Bréfritari: Þórarinn Stefánsson
Dagsetning: A-1934-03-07
Skrifað á: Vesturheimi

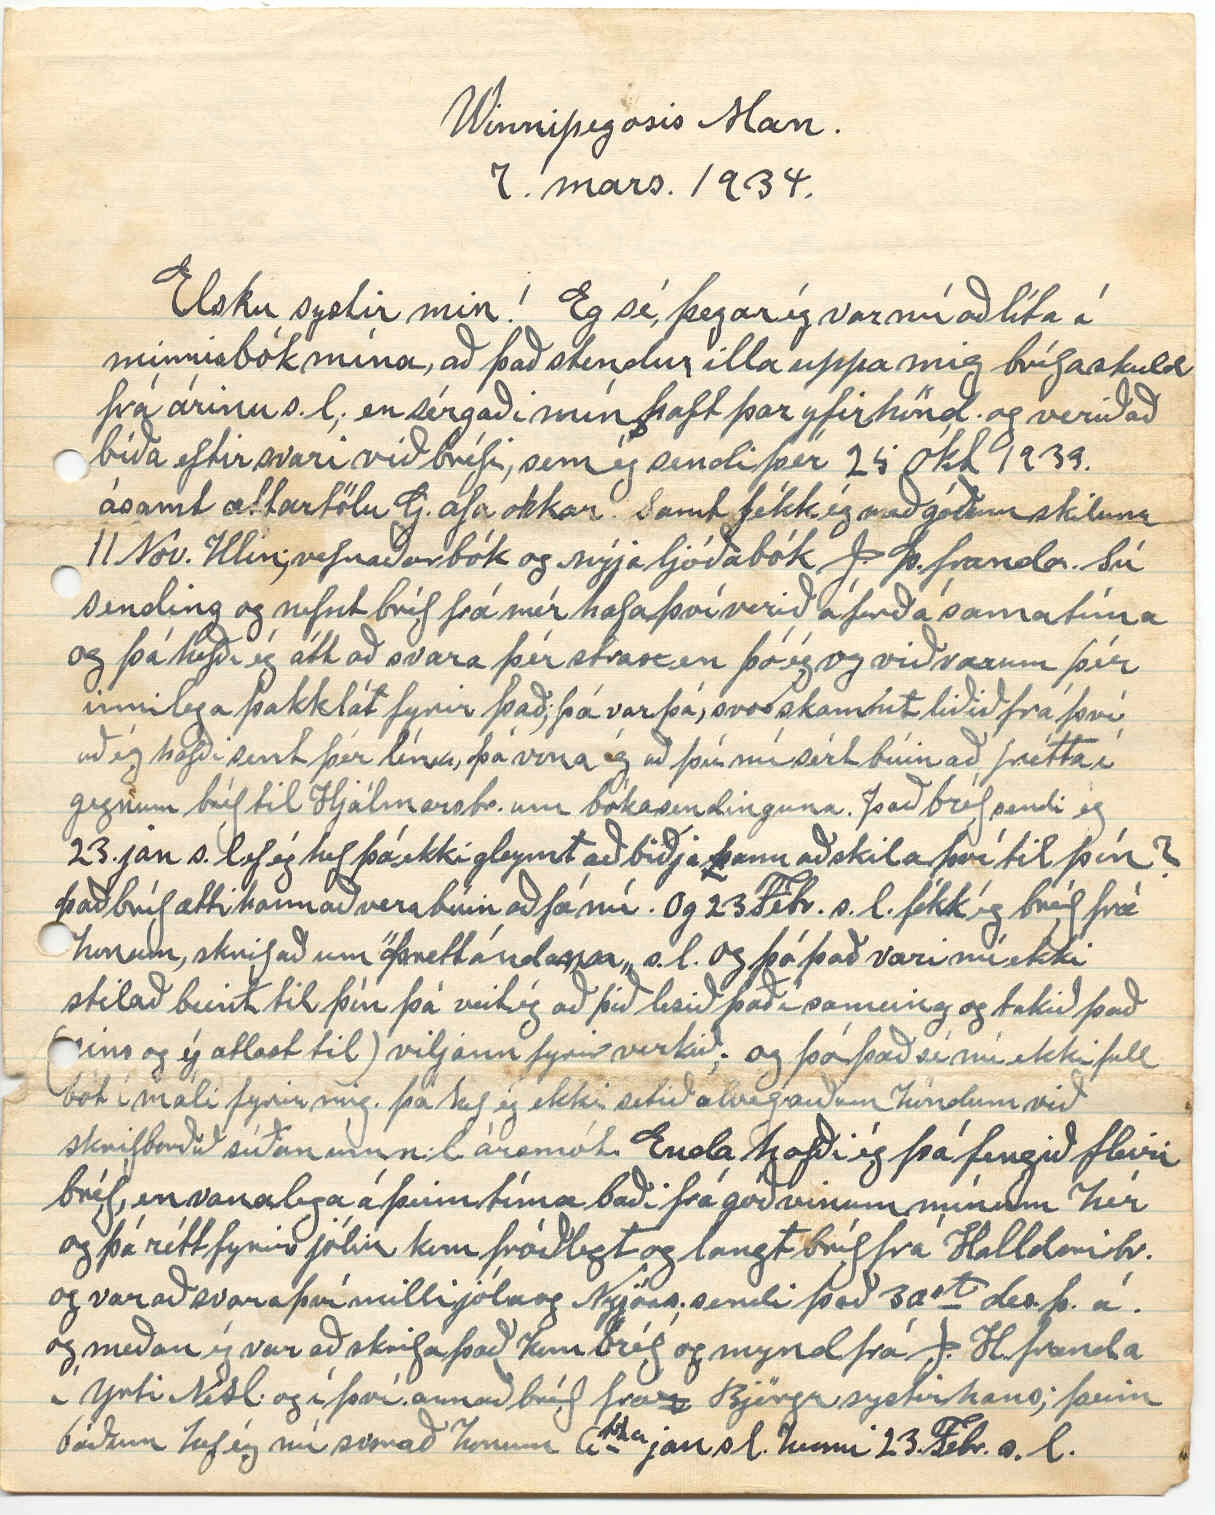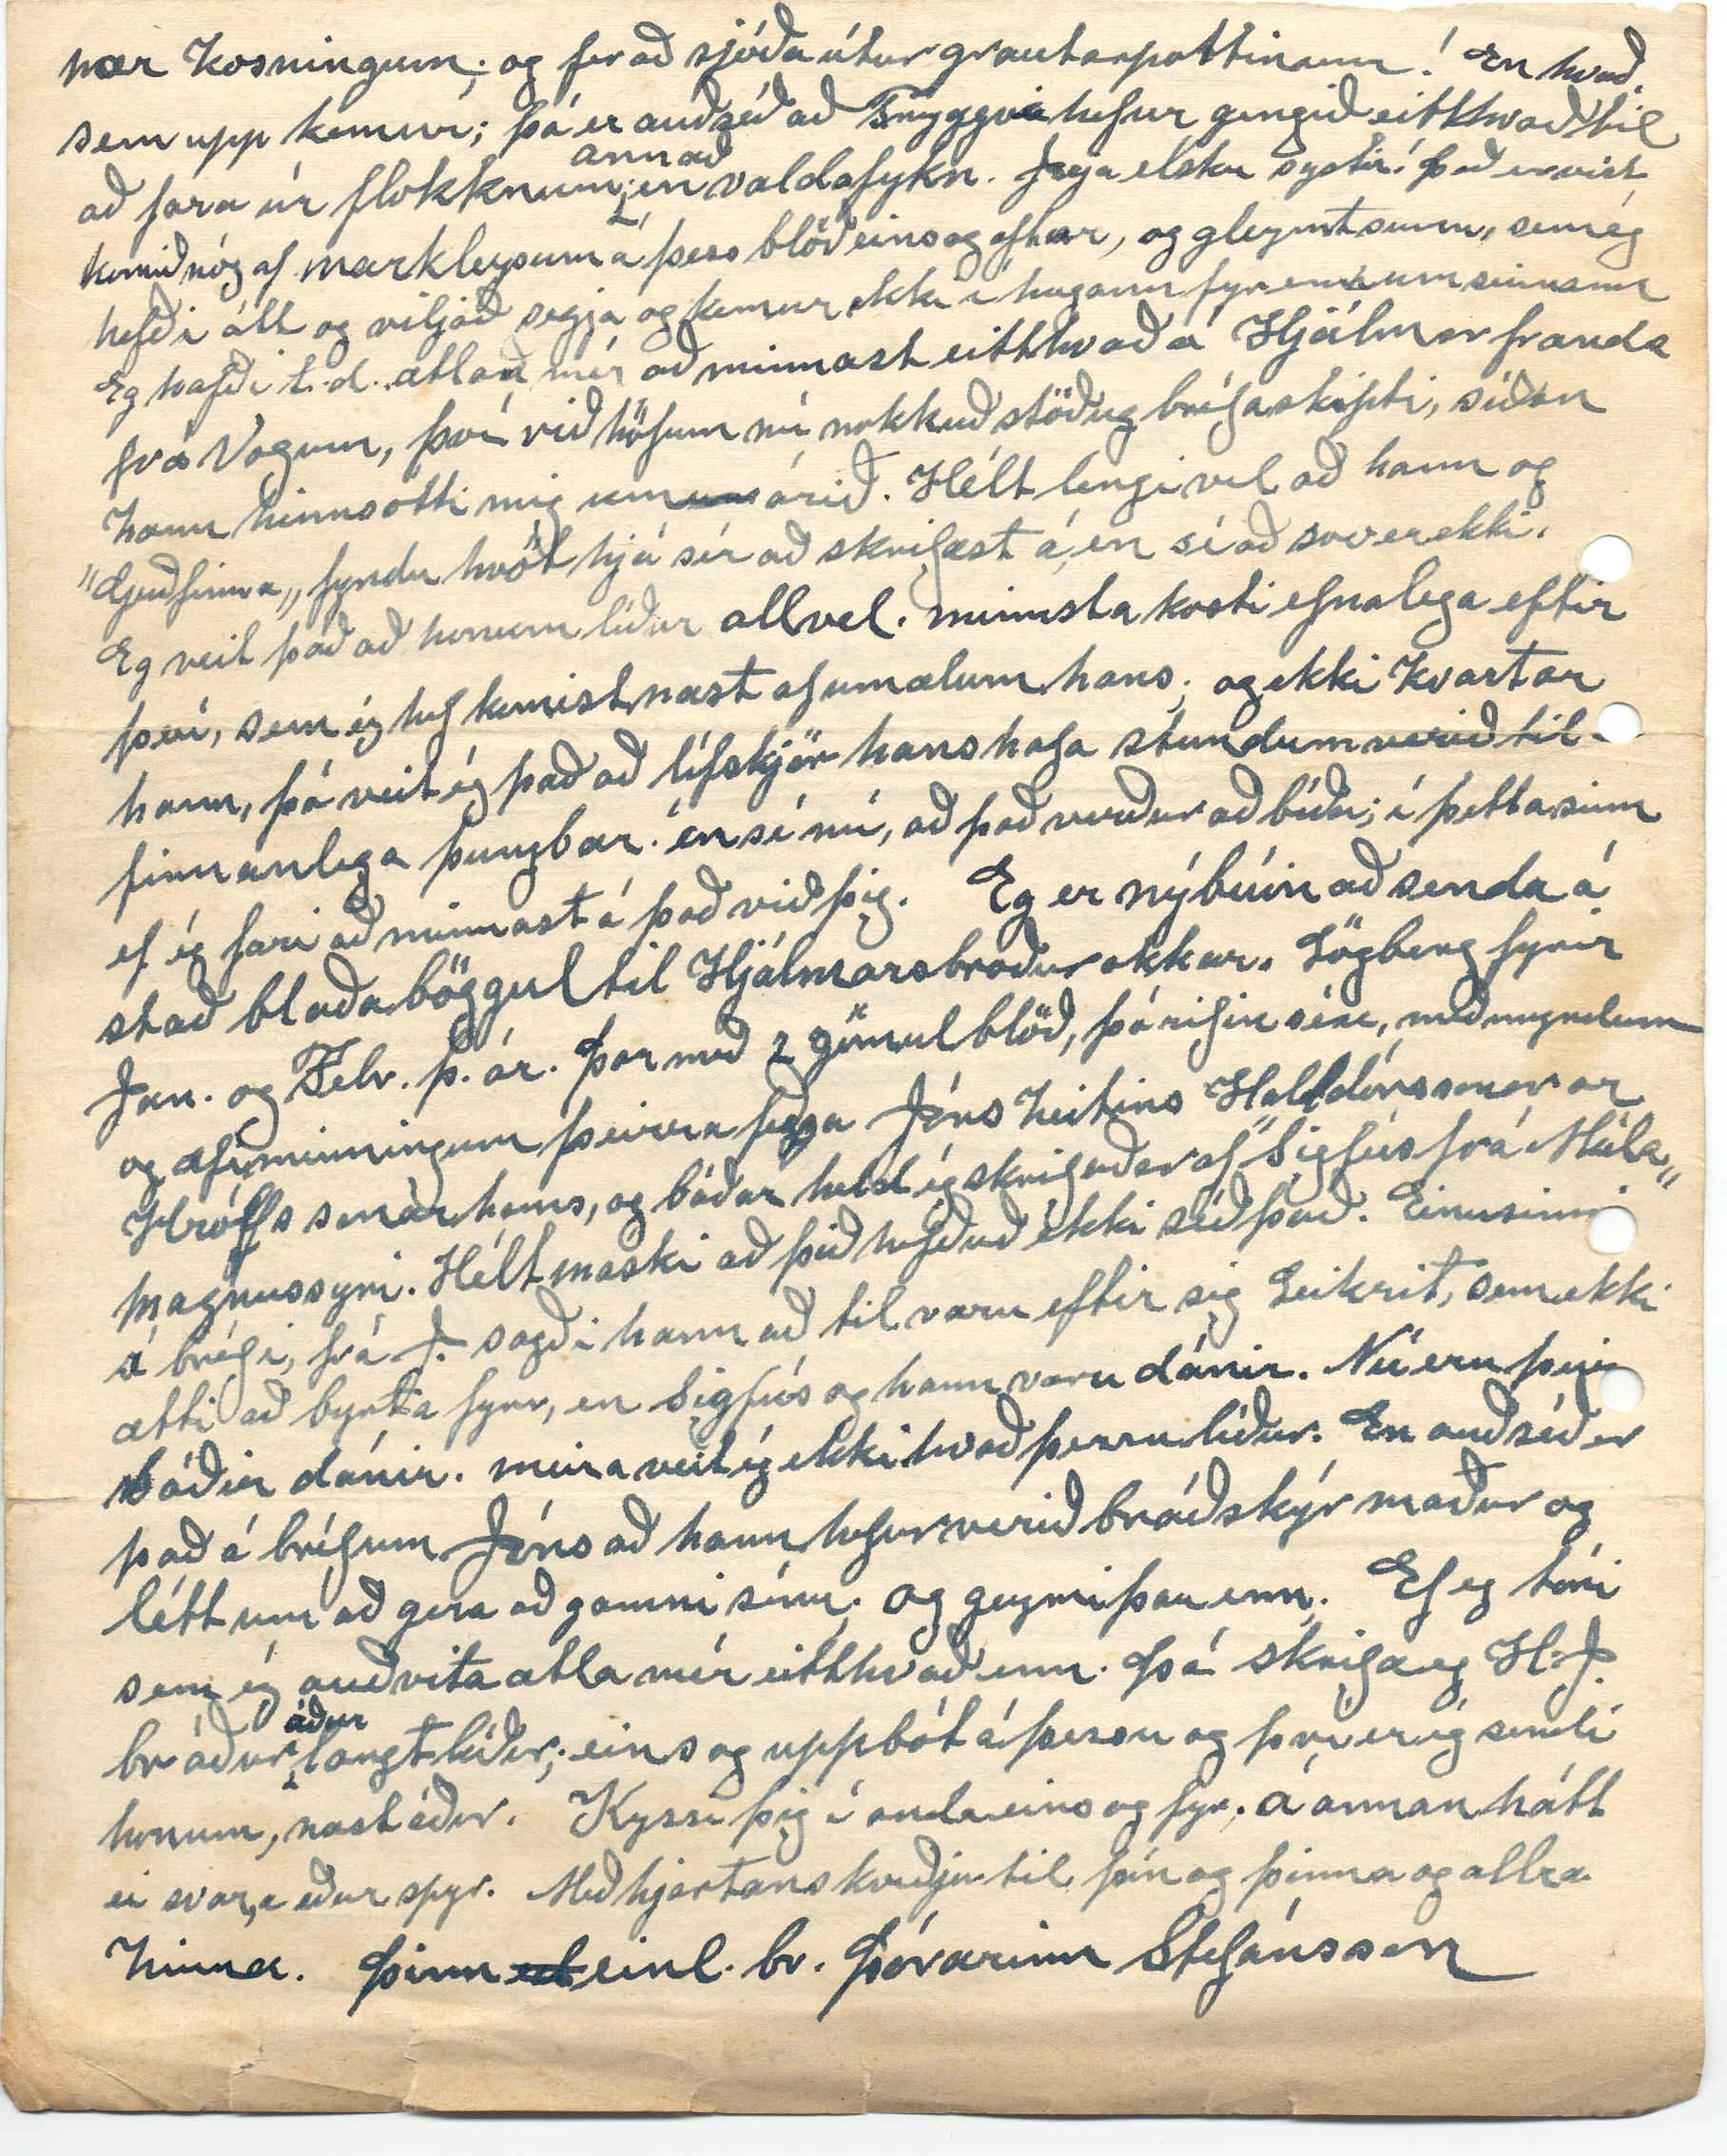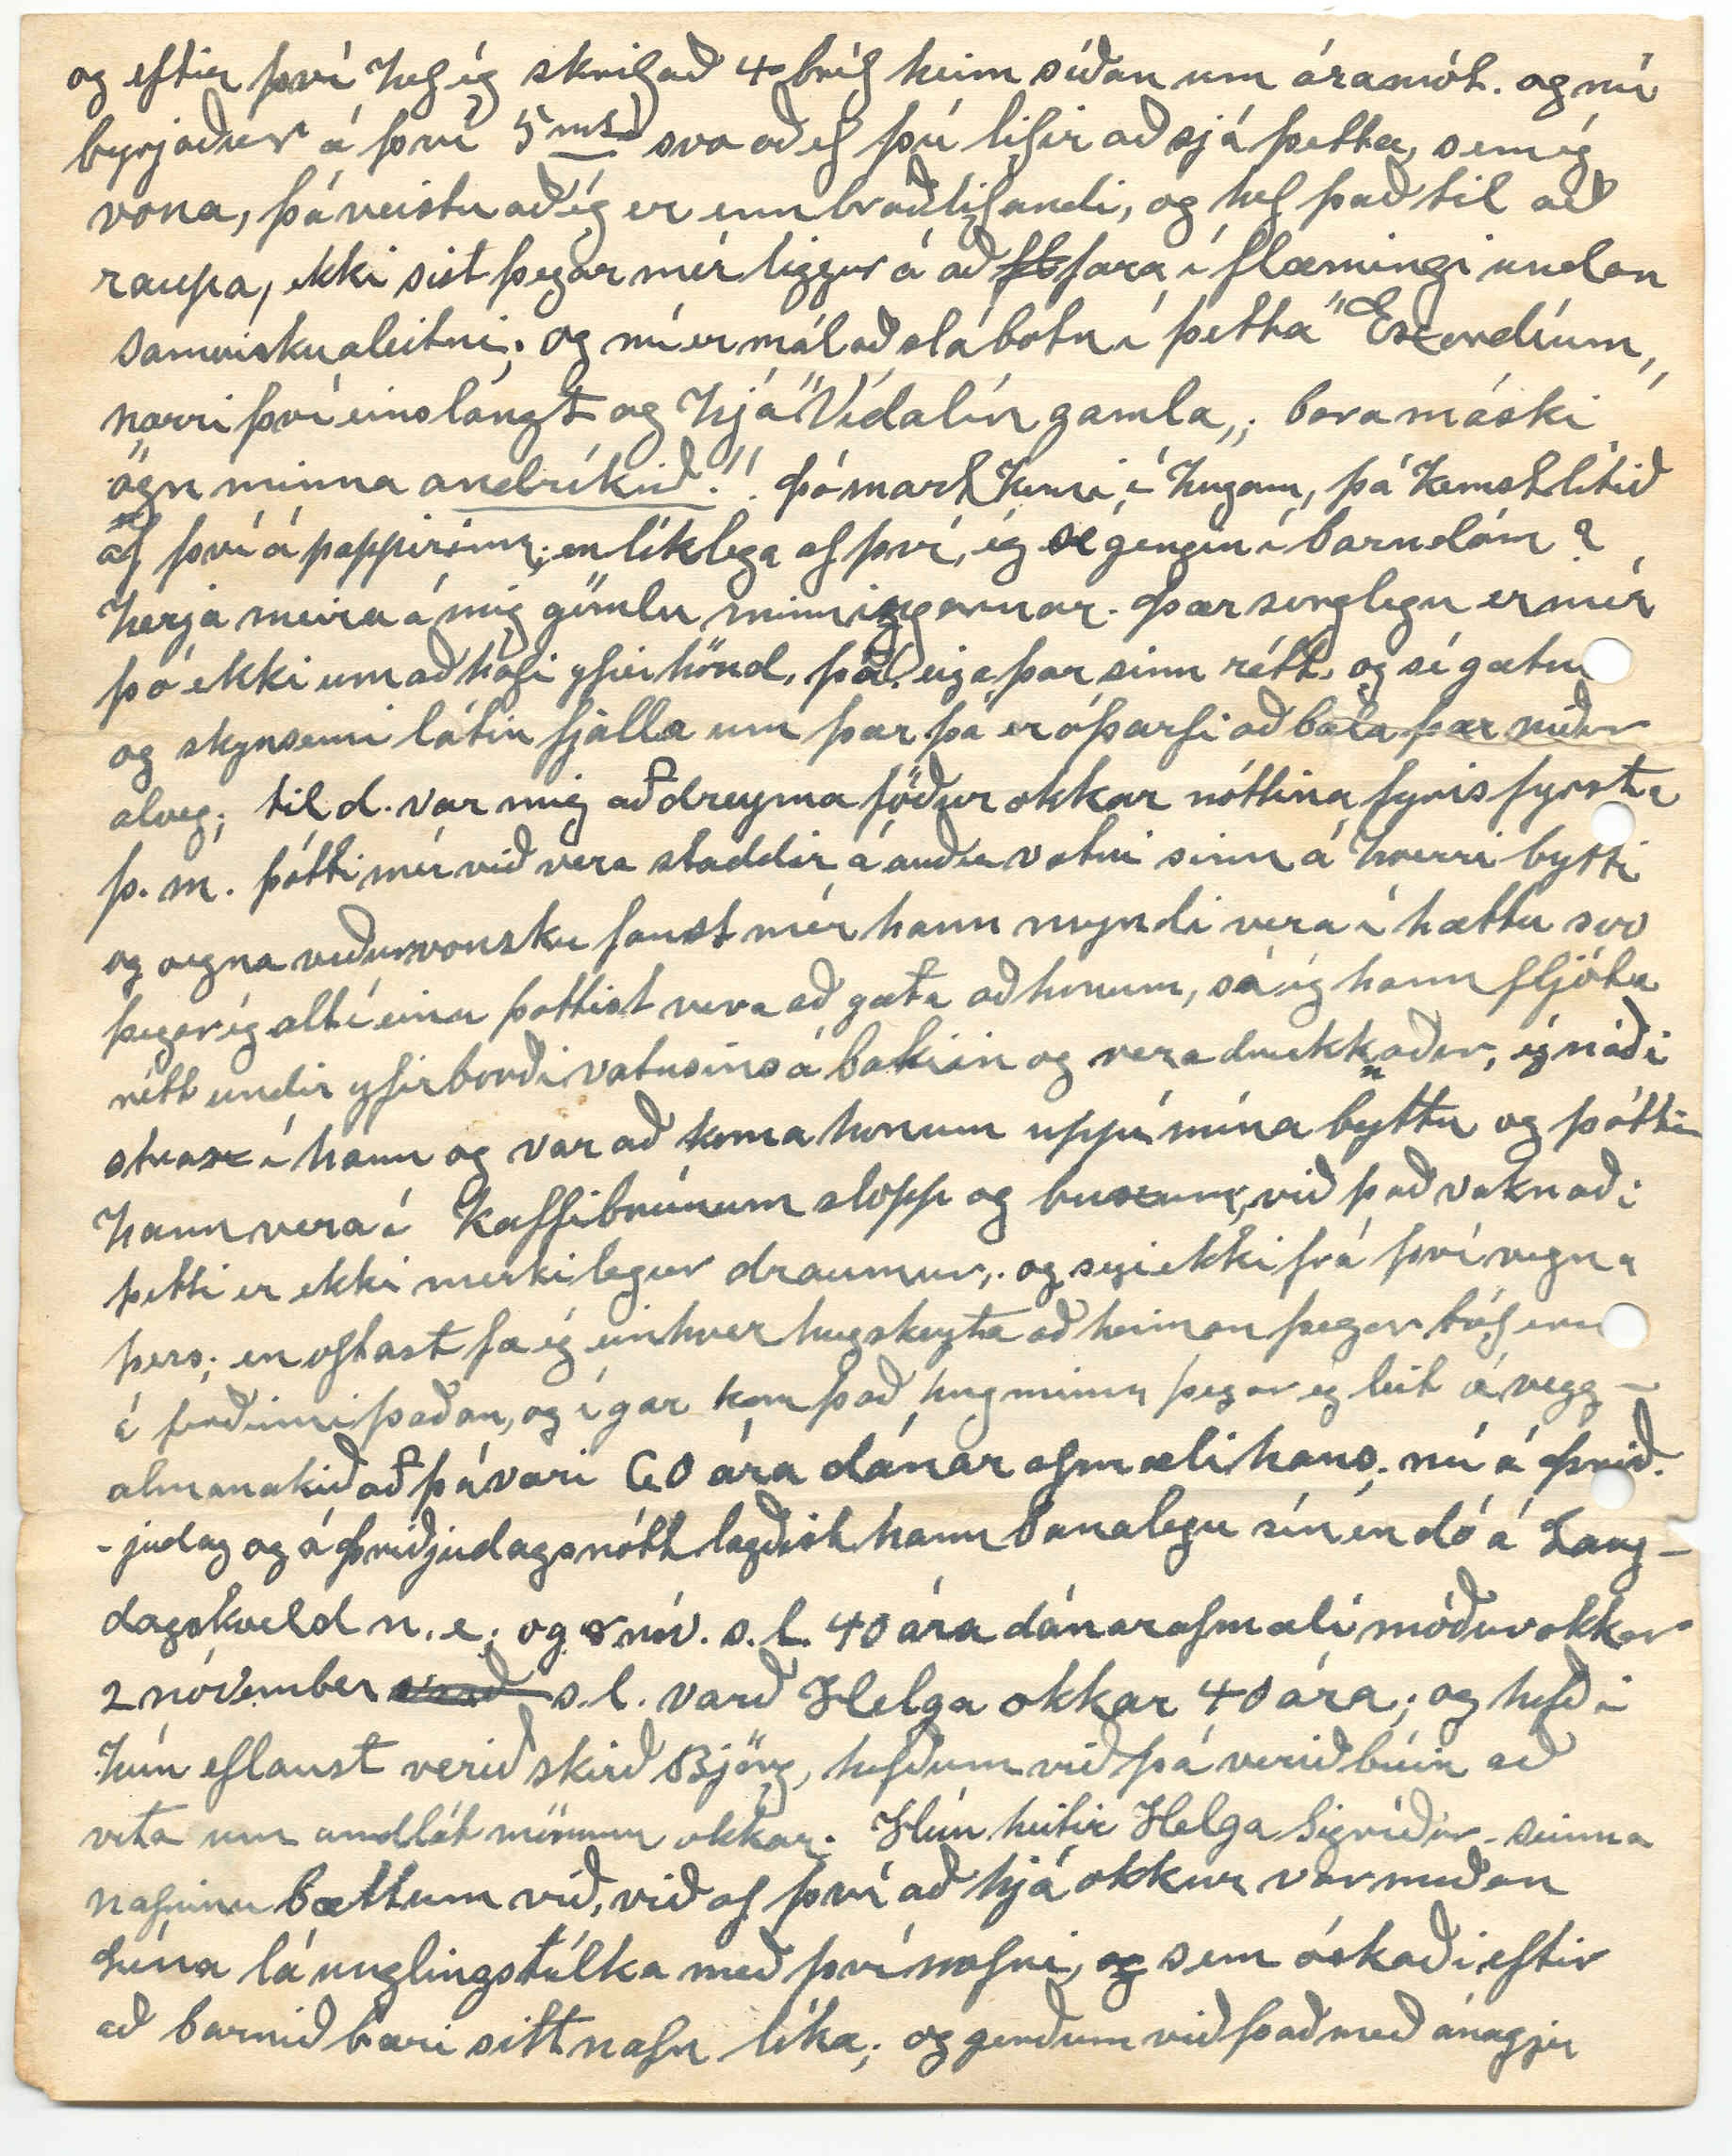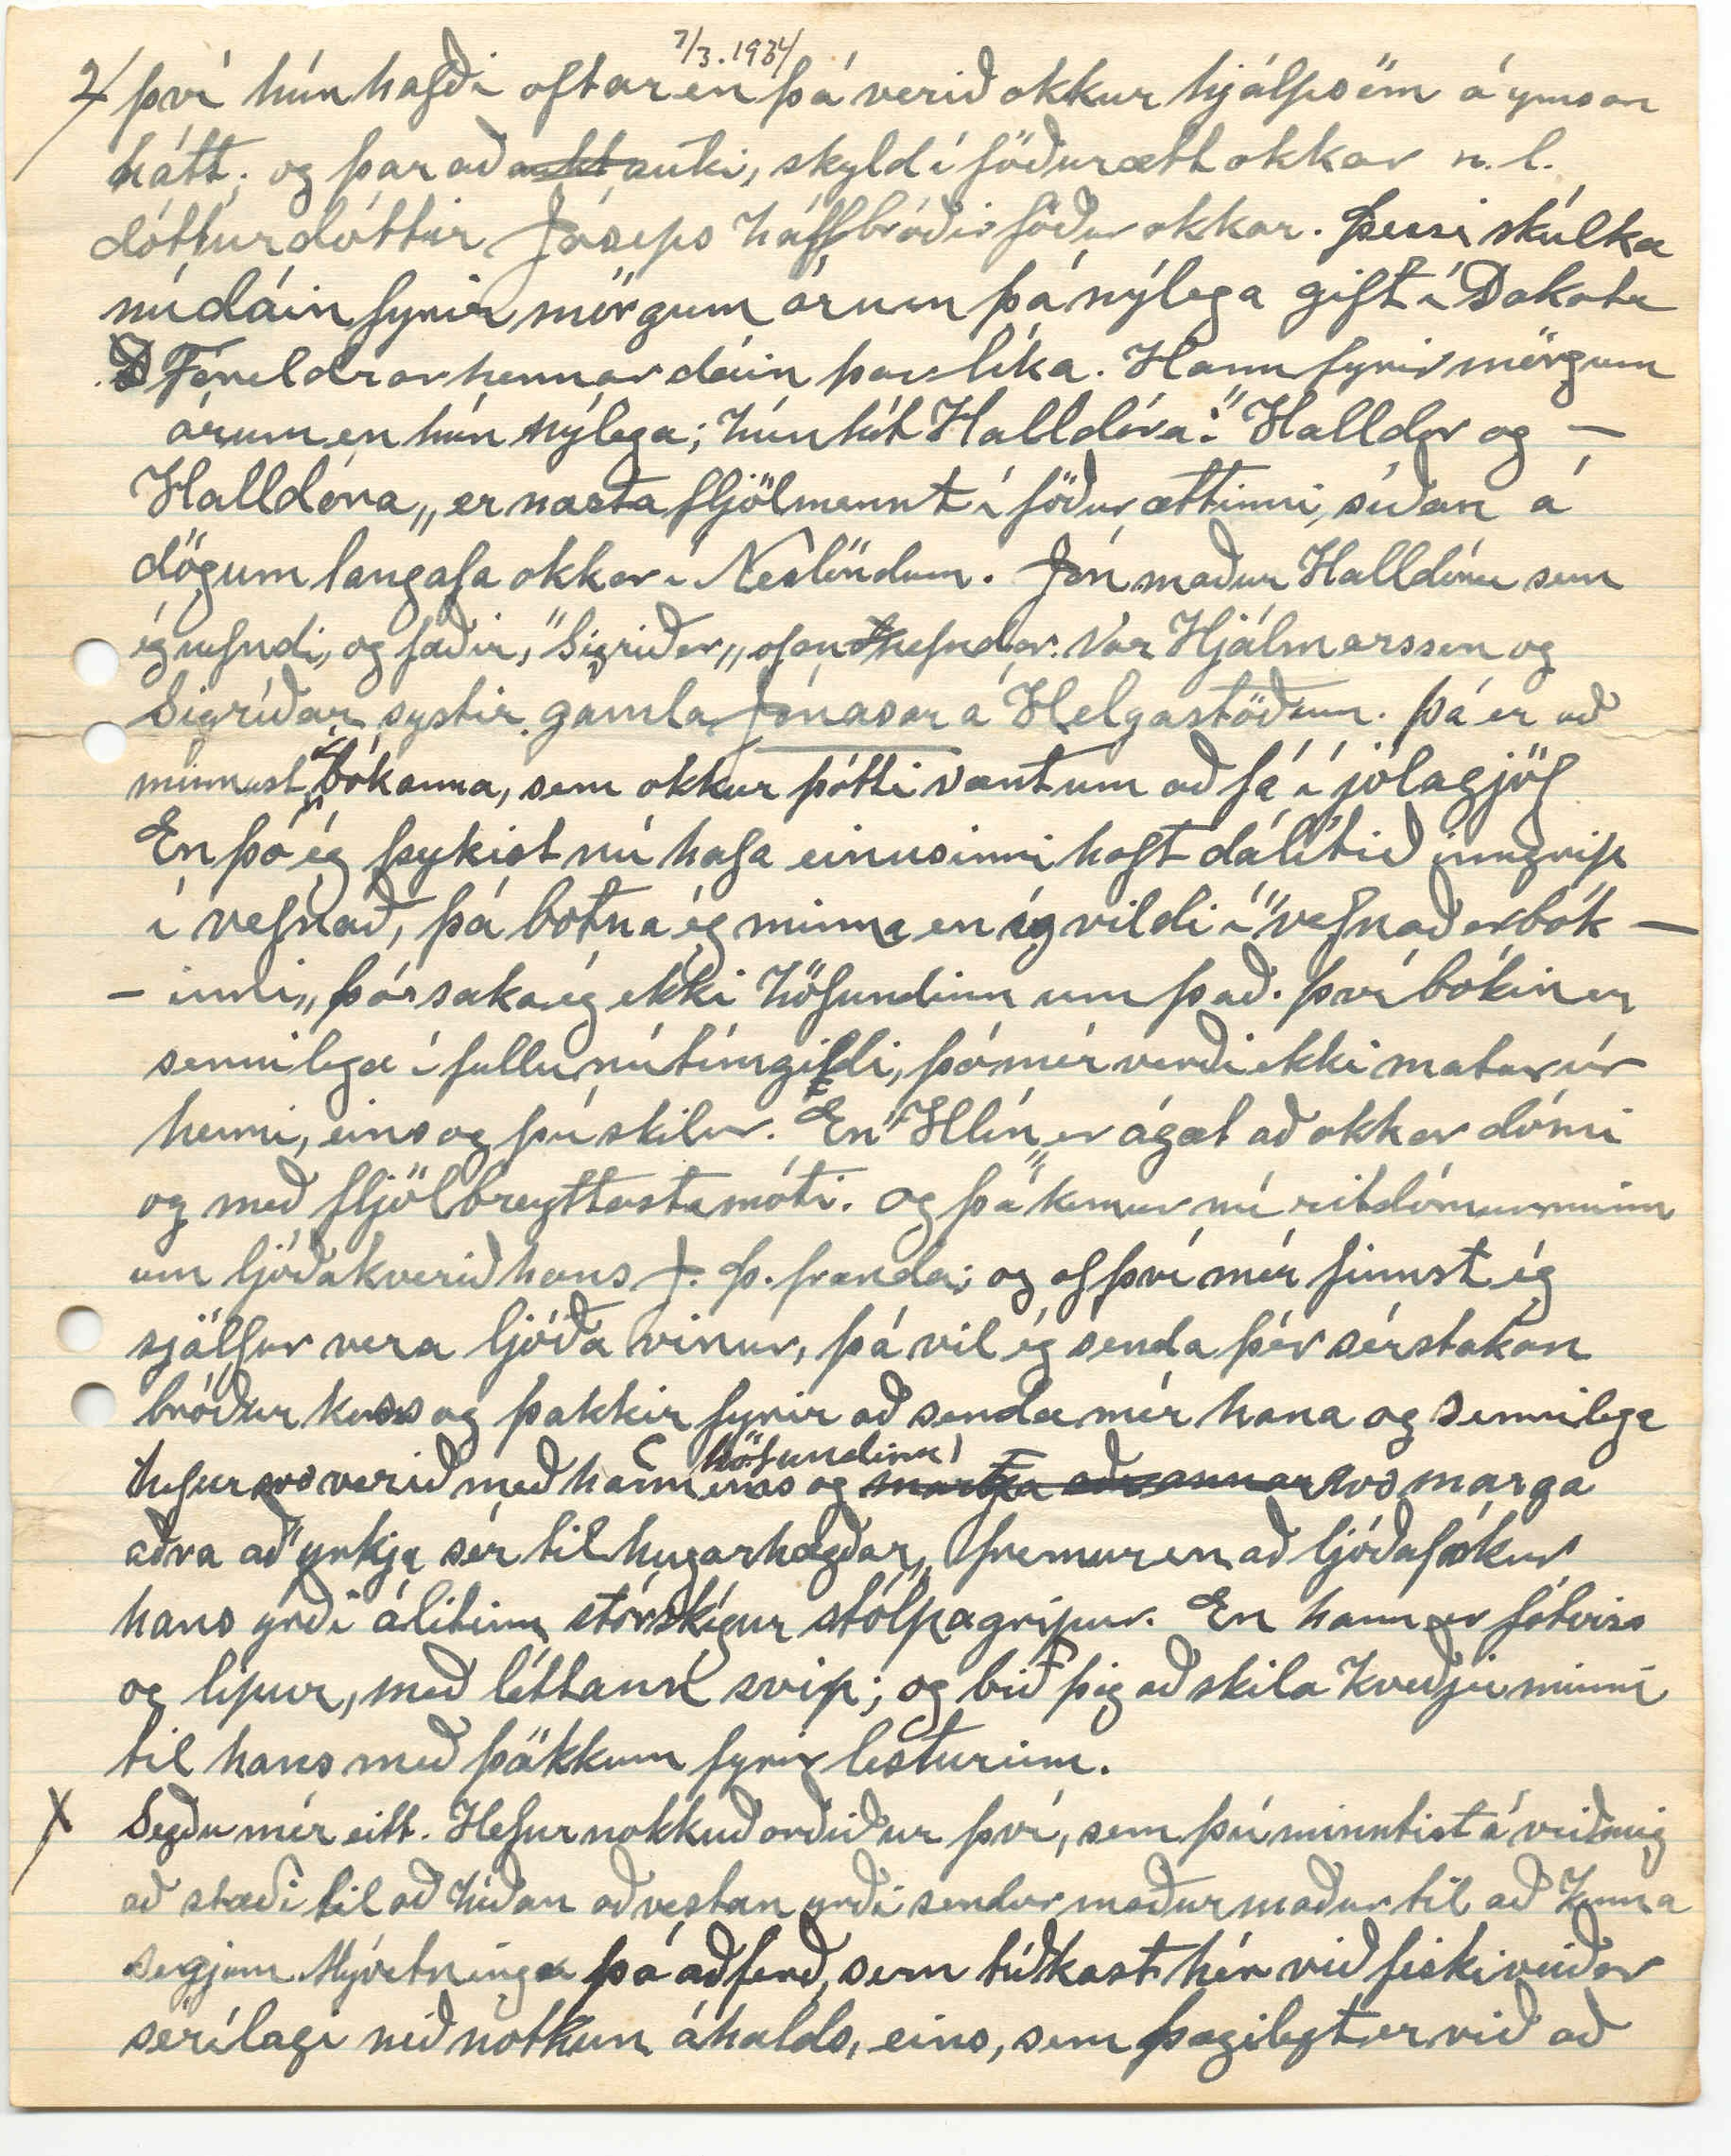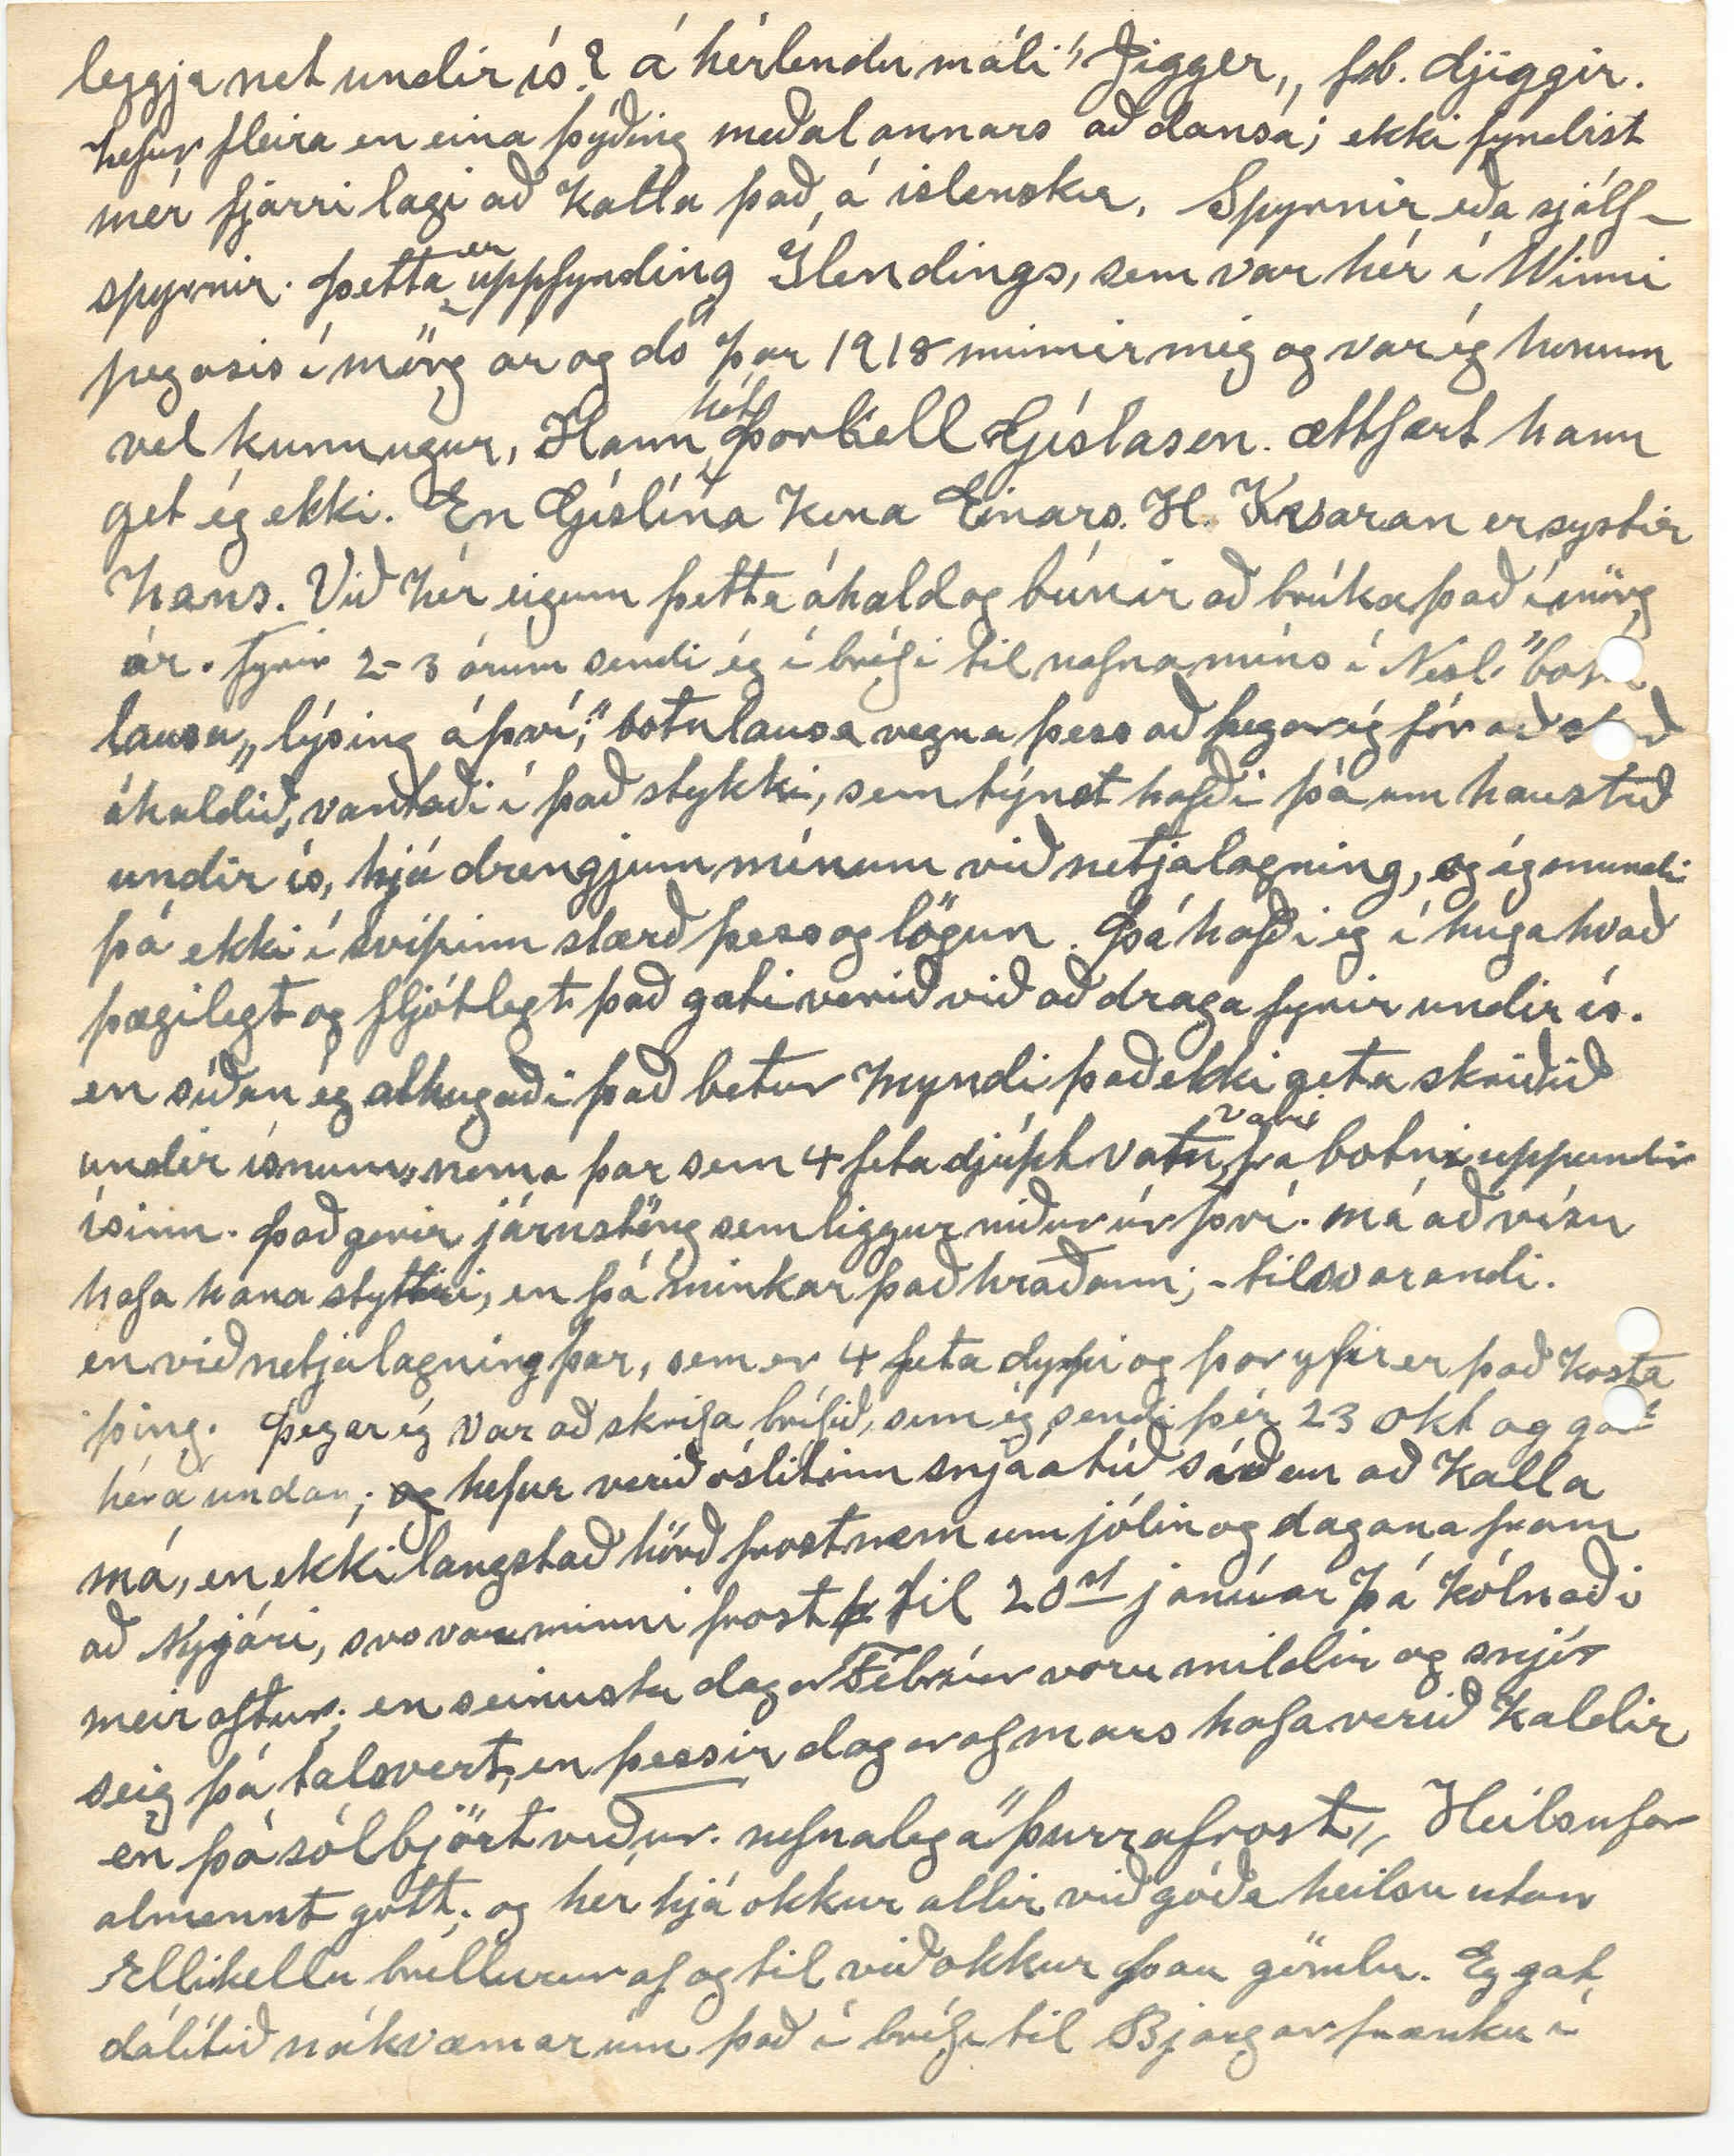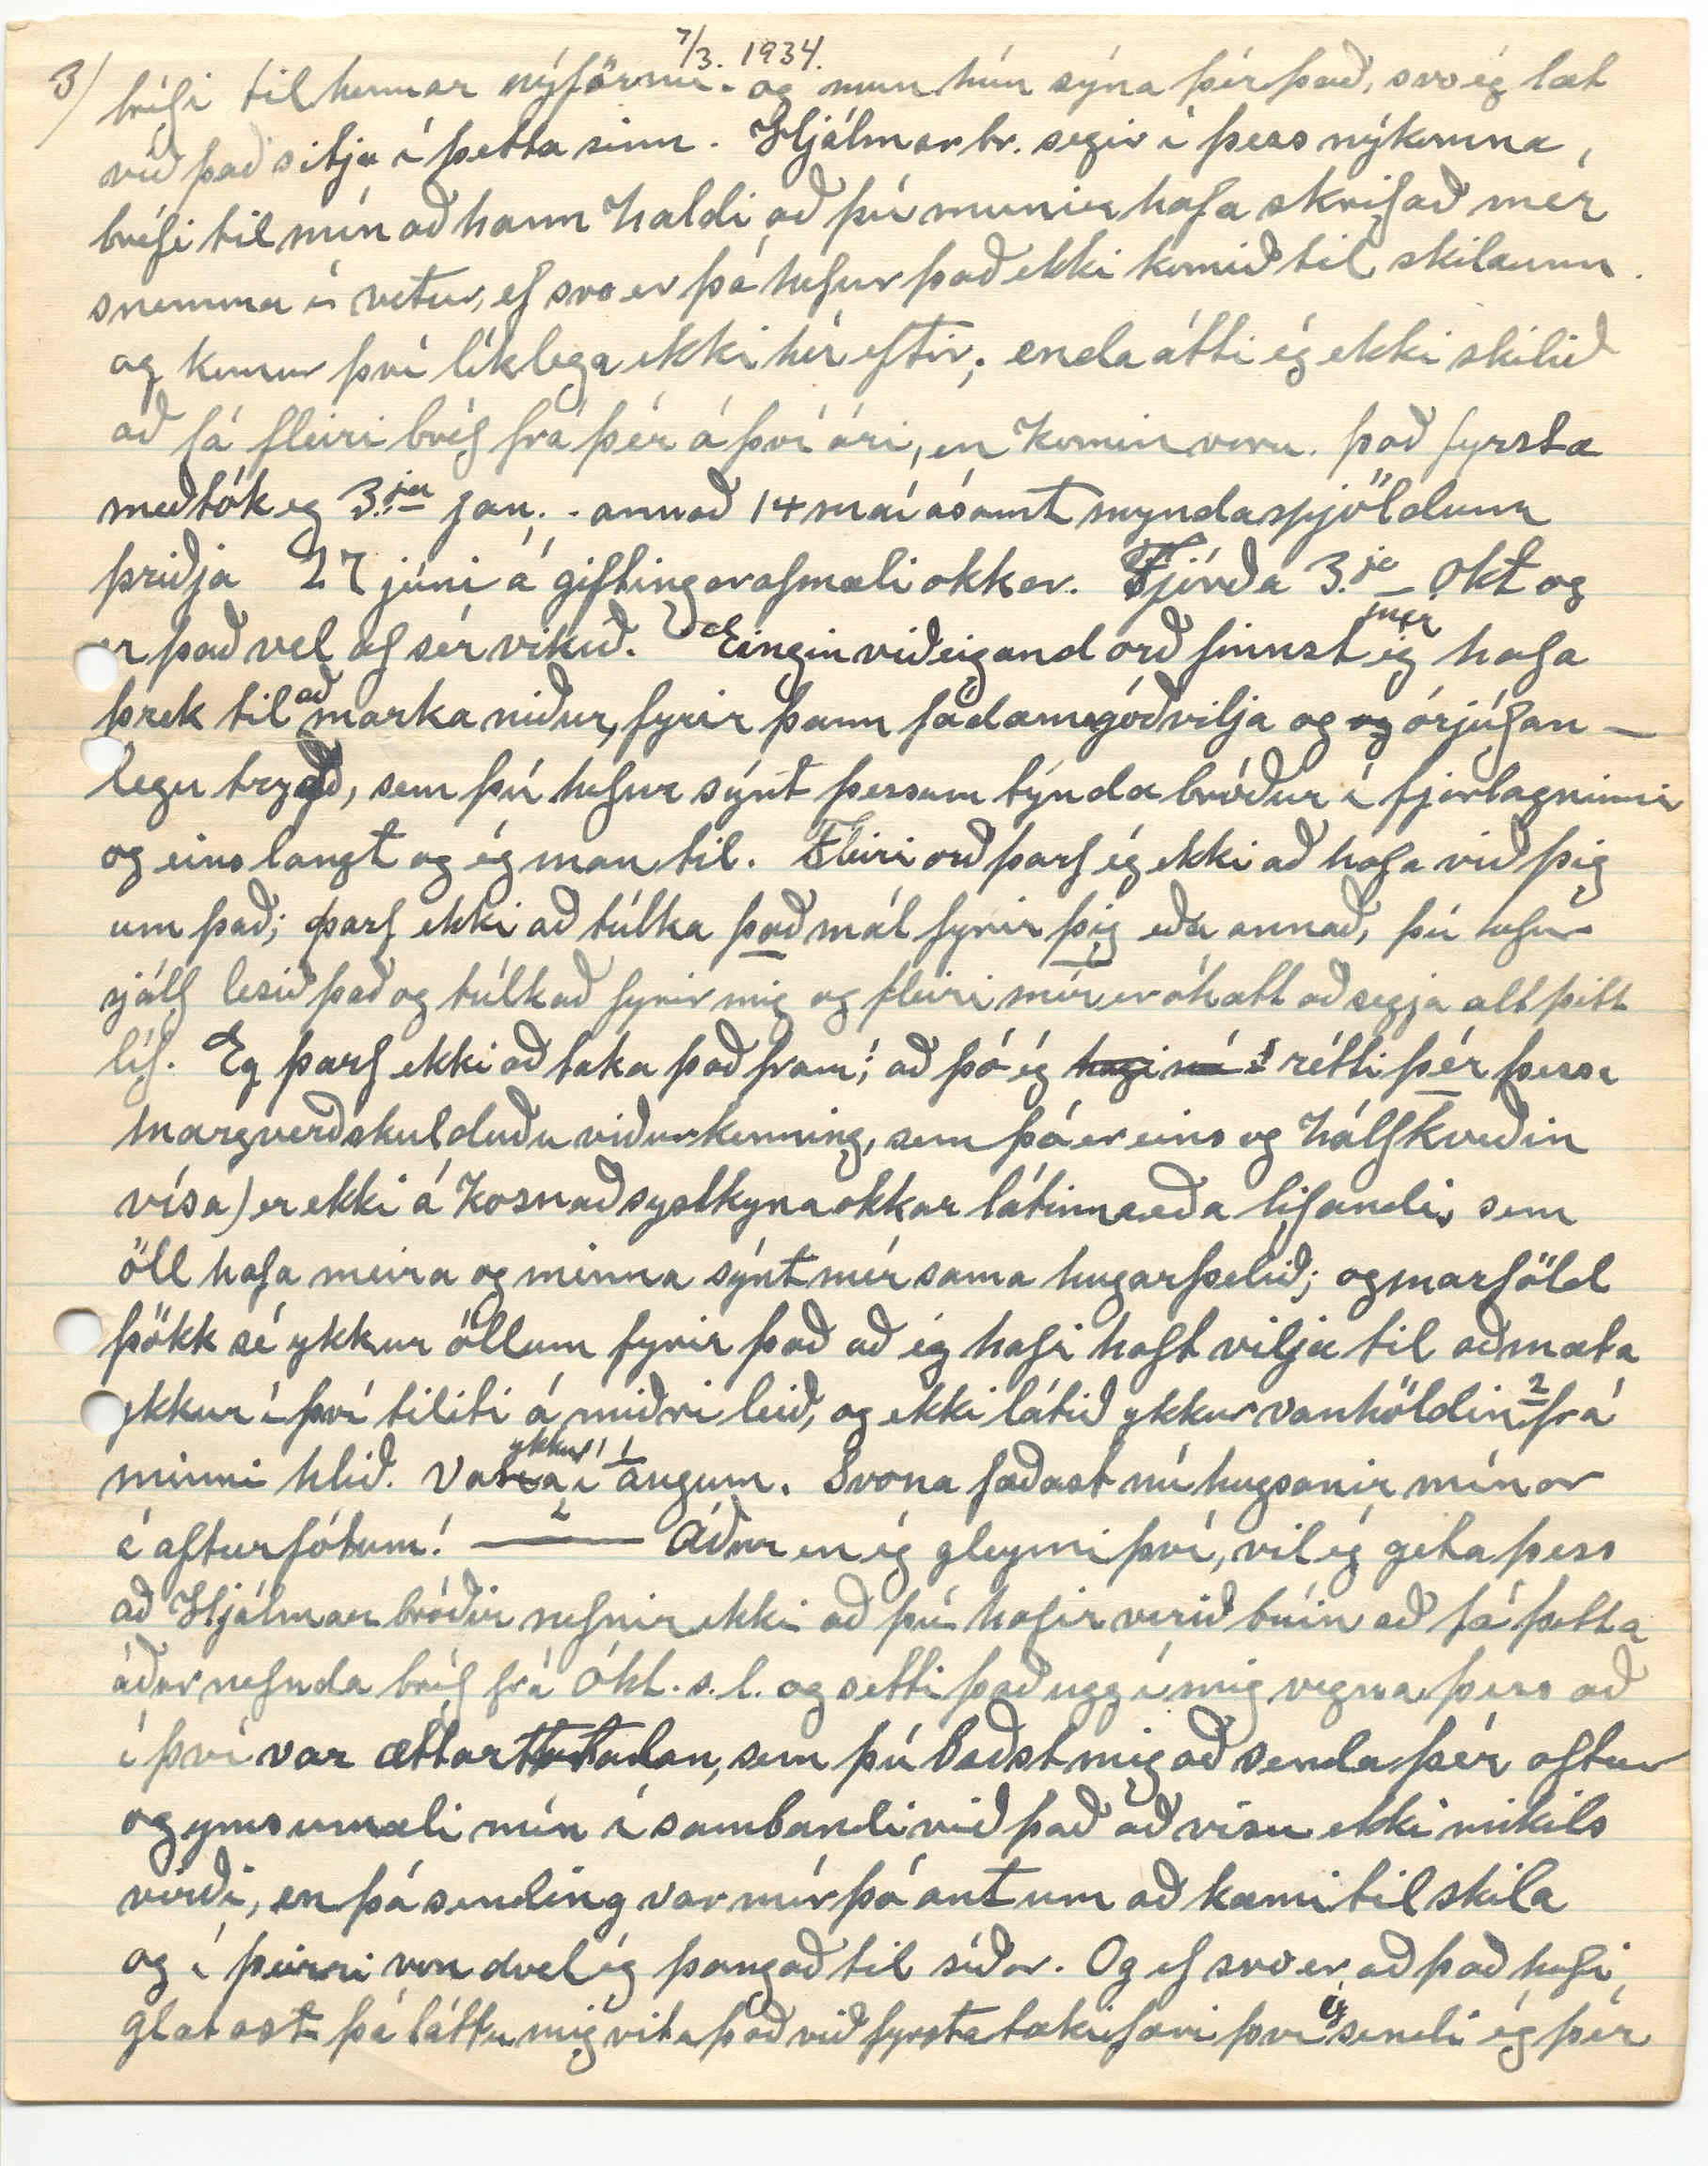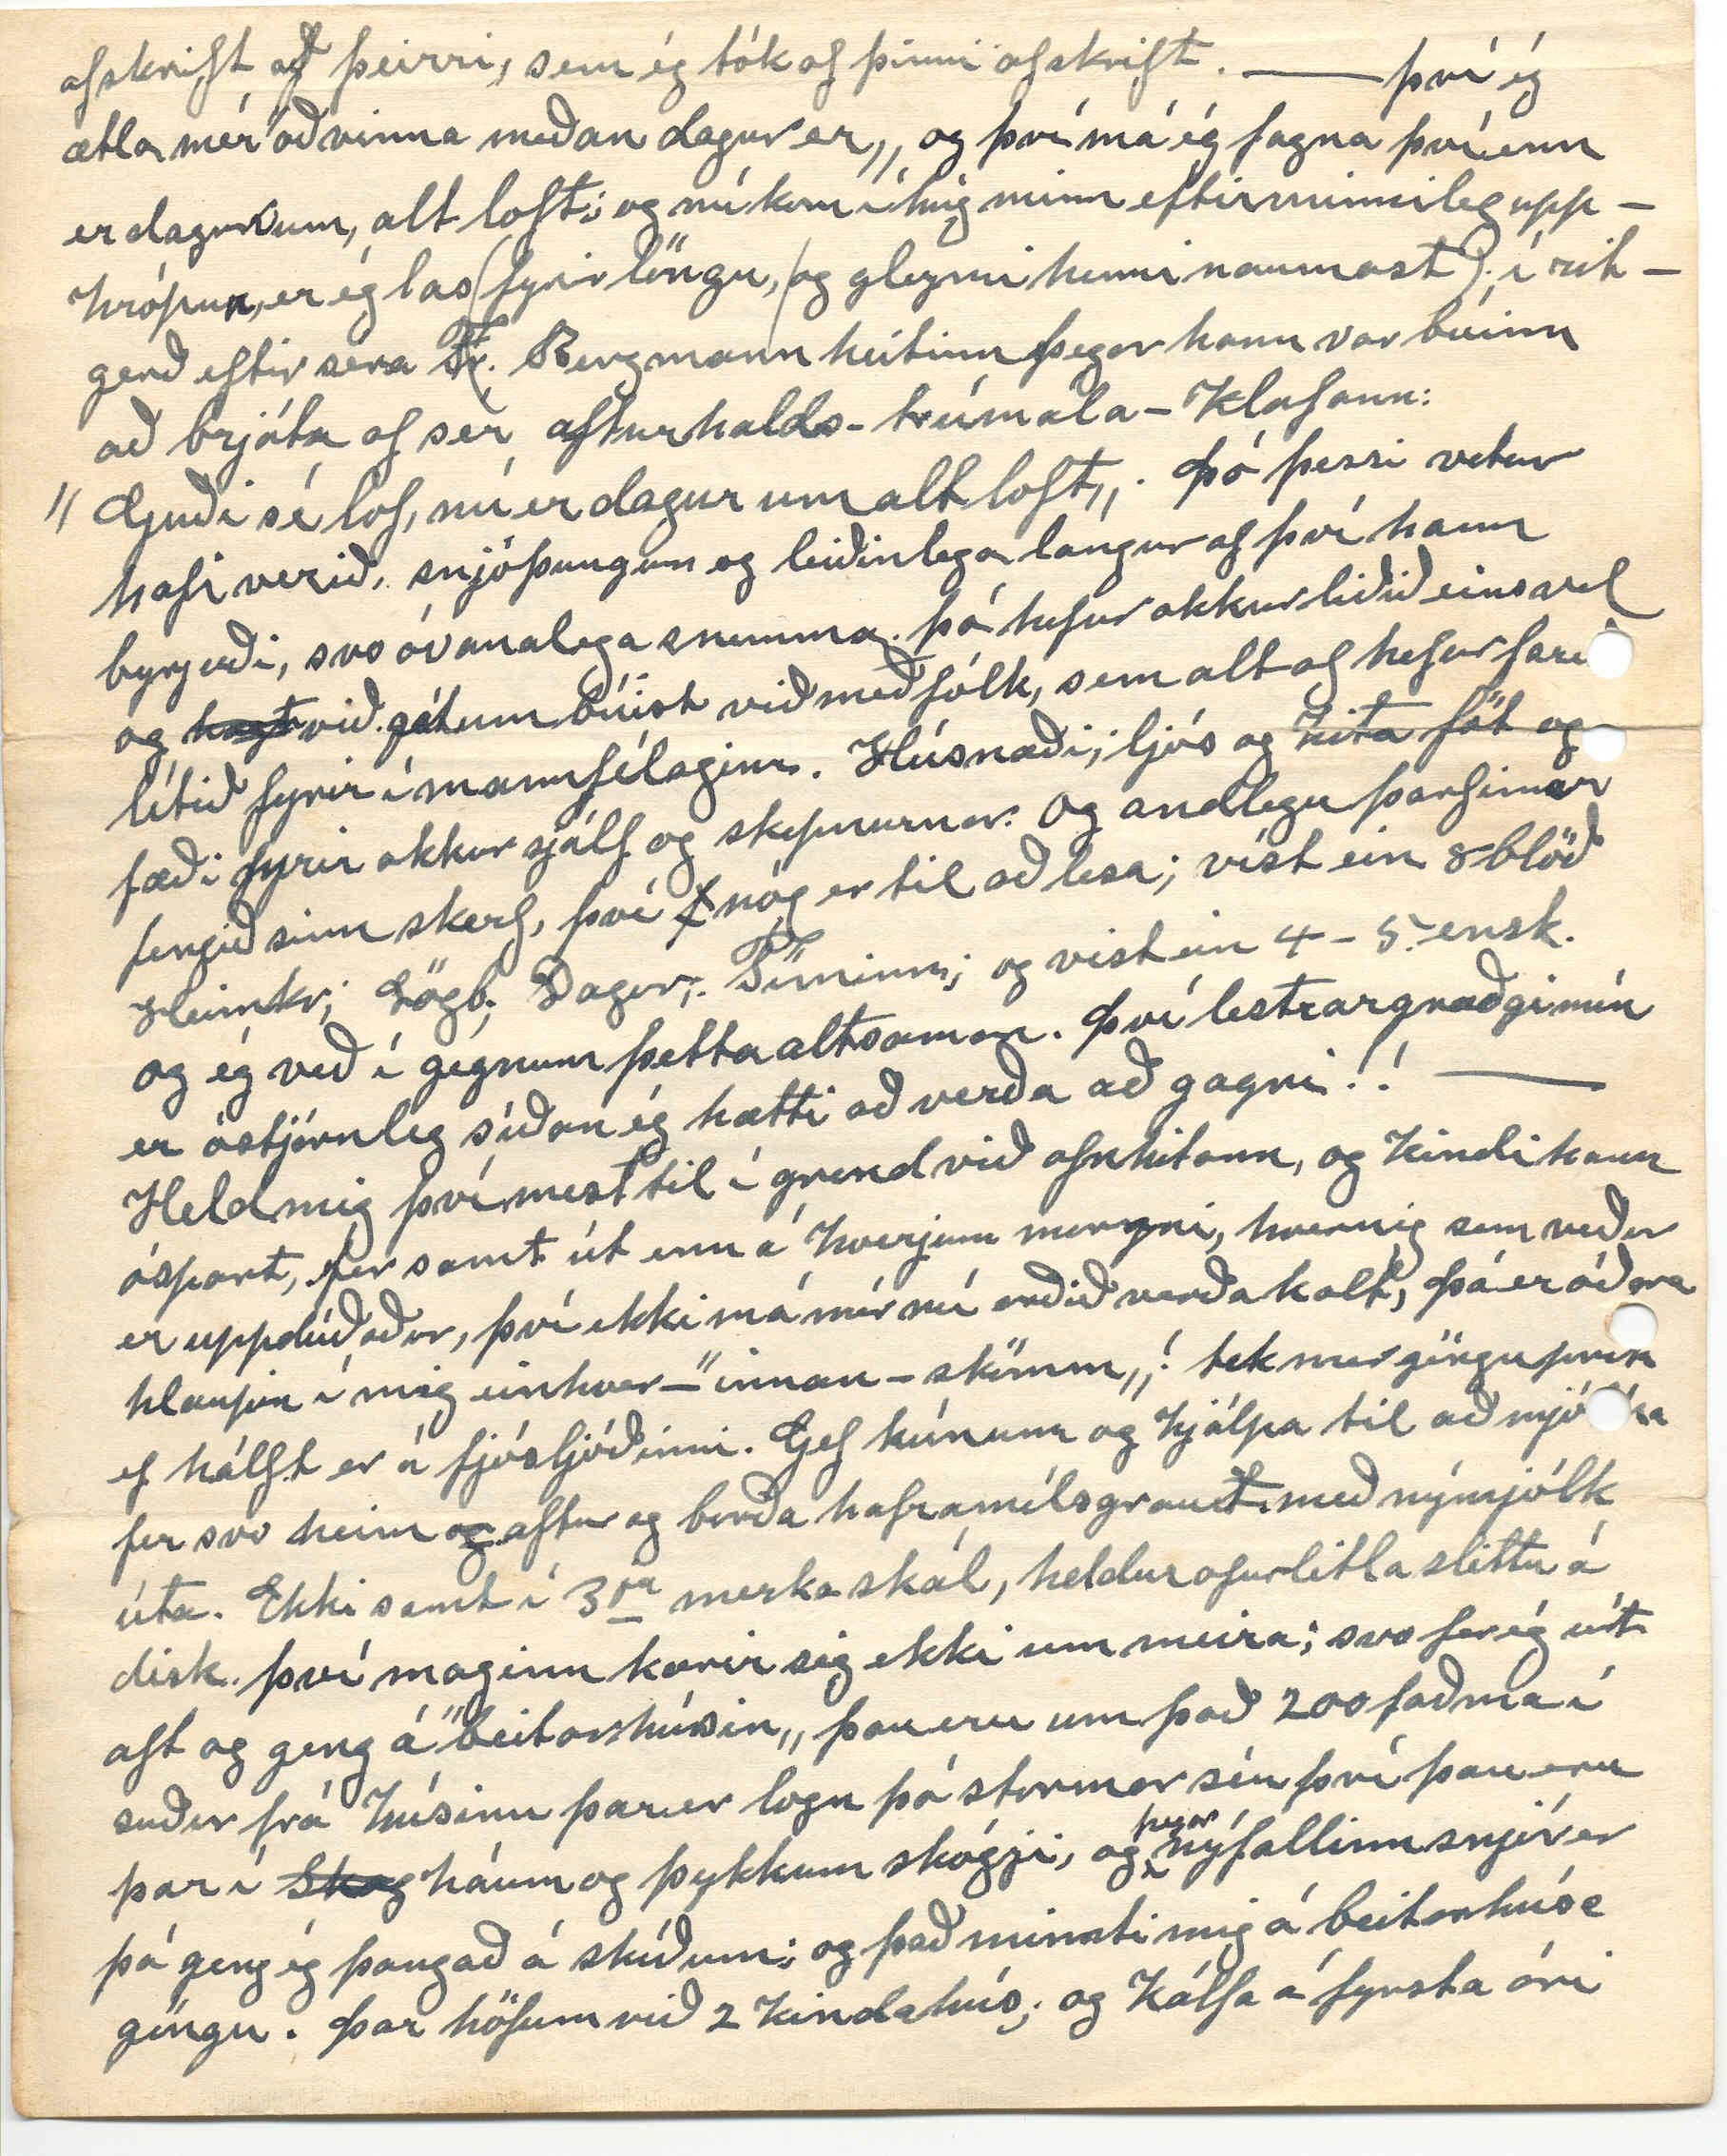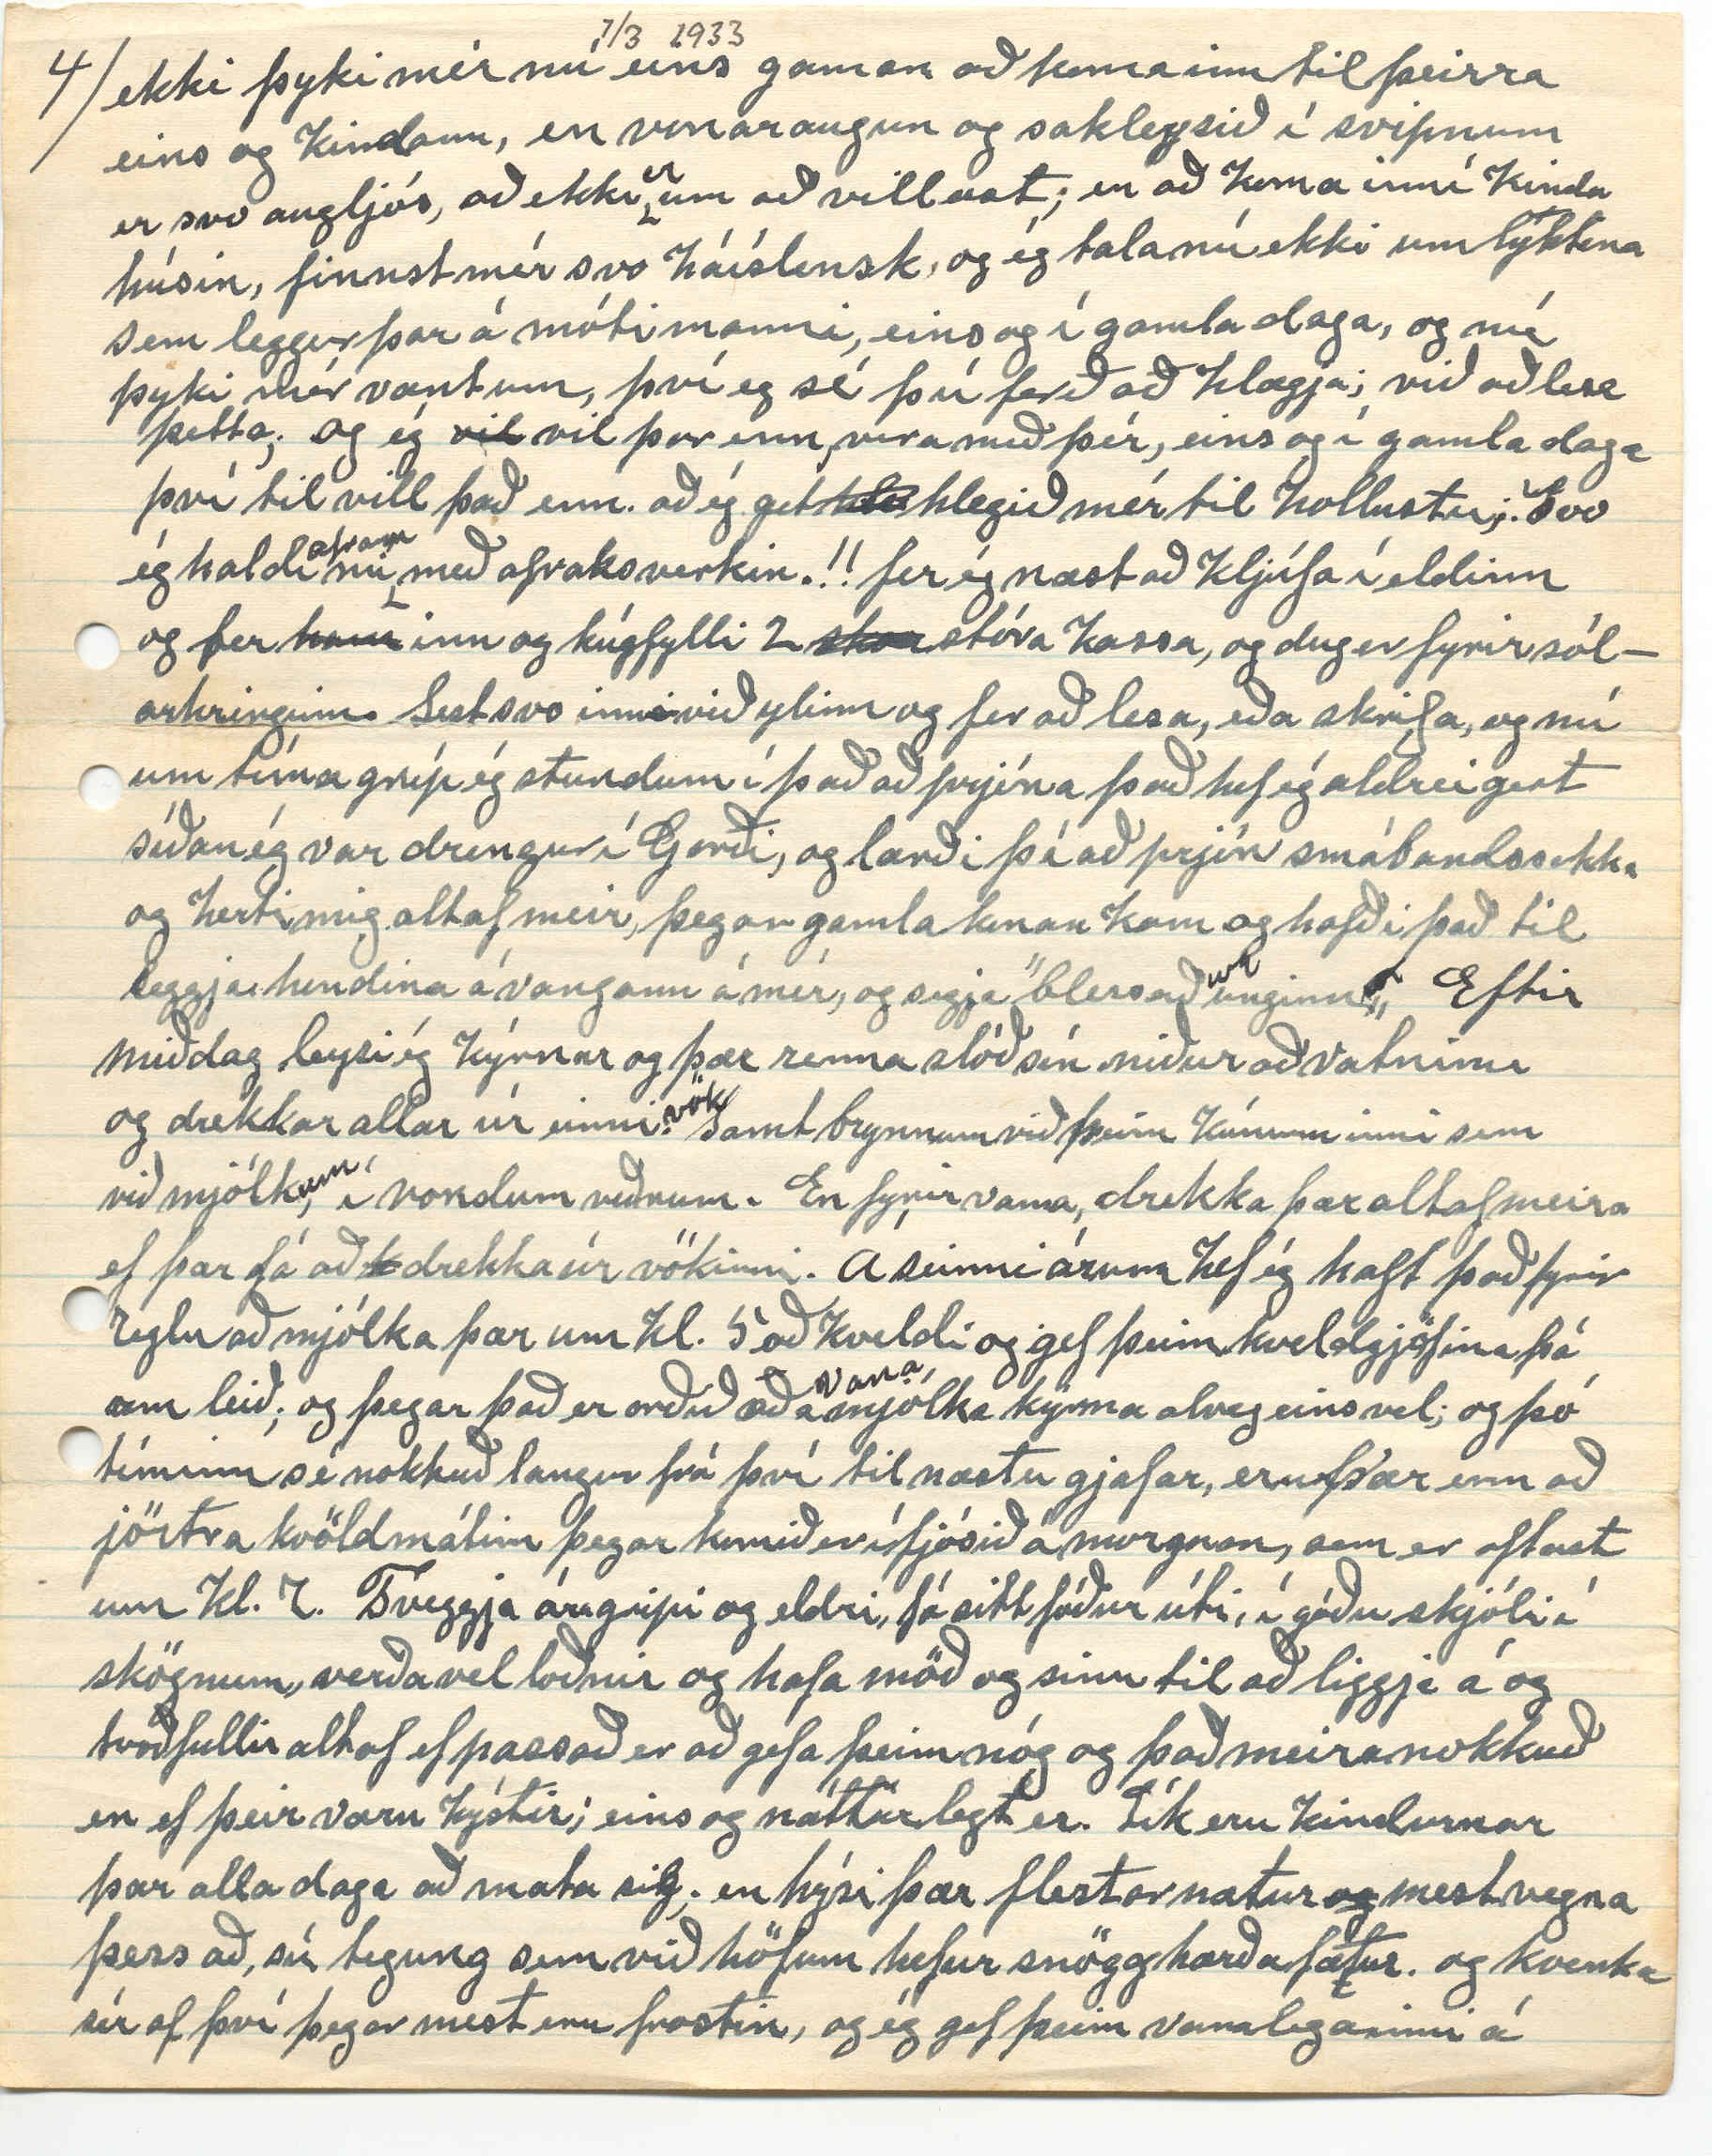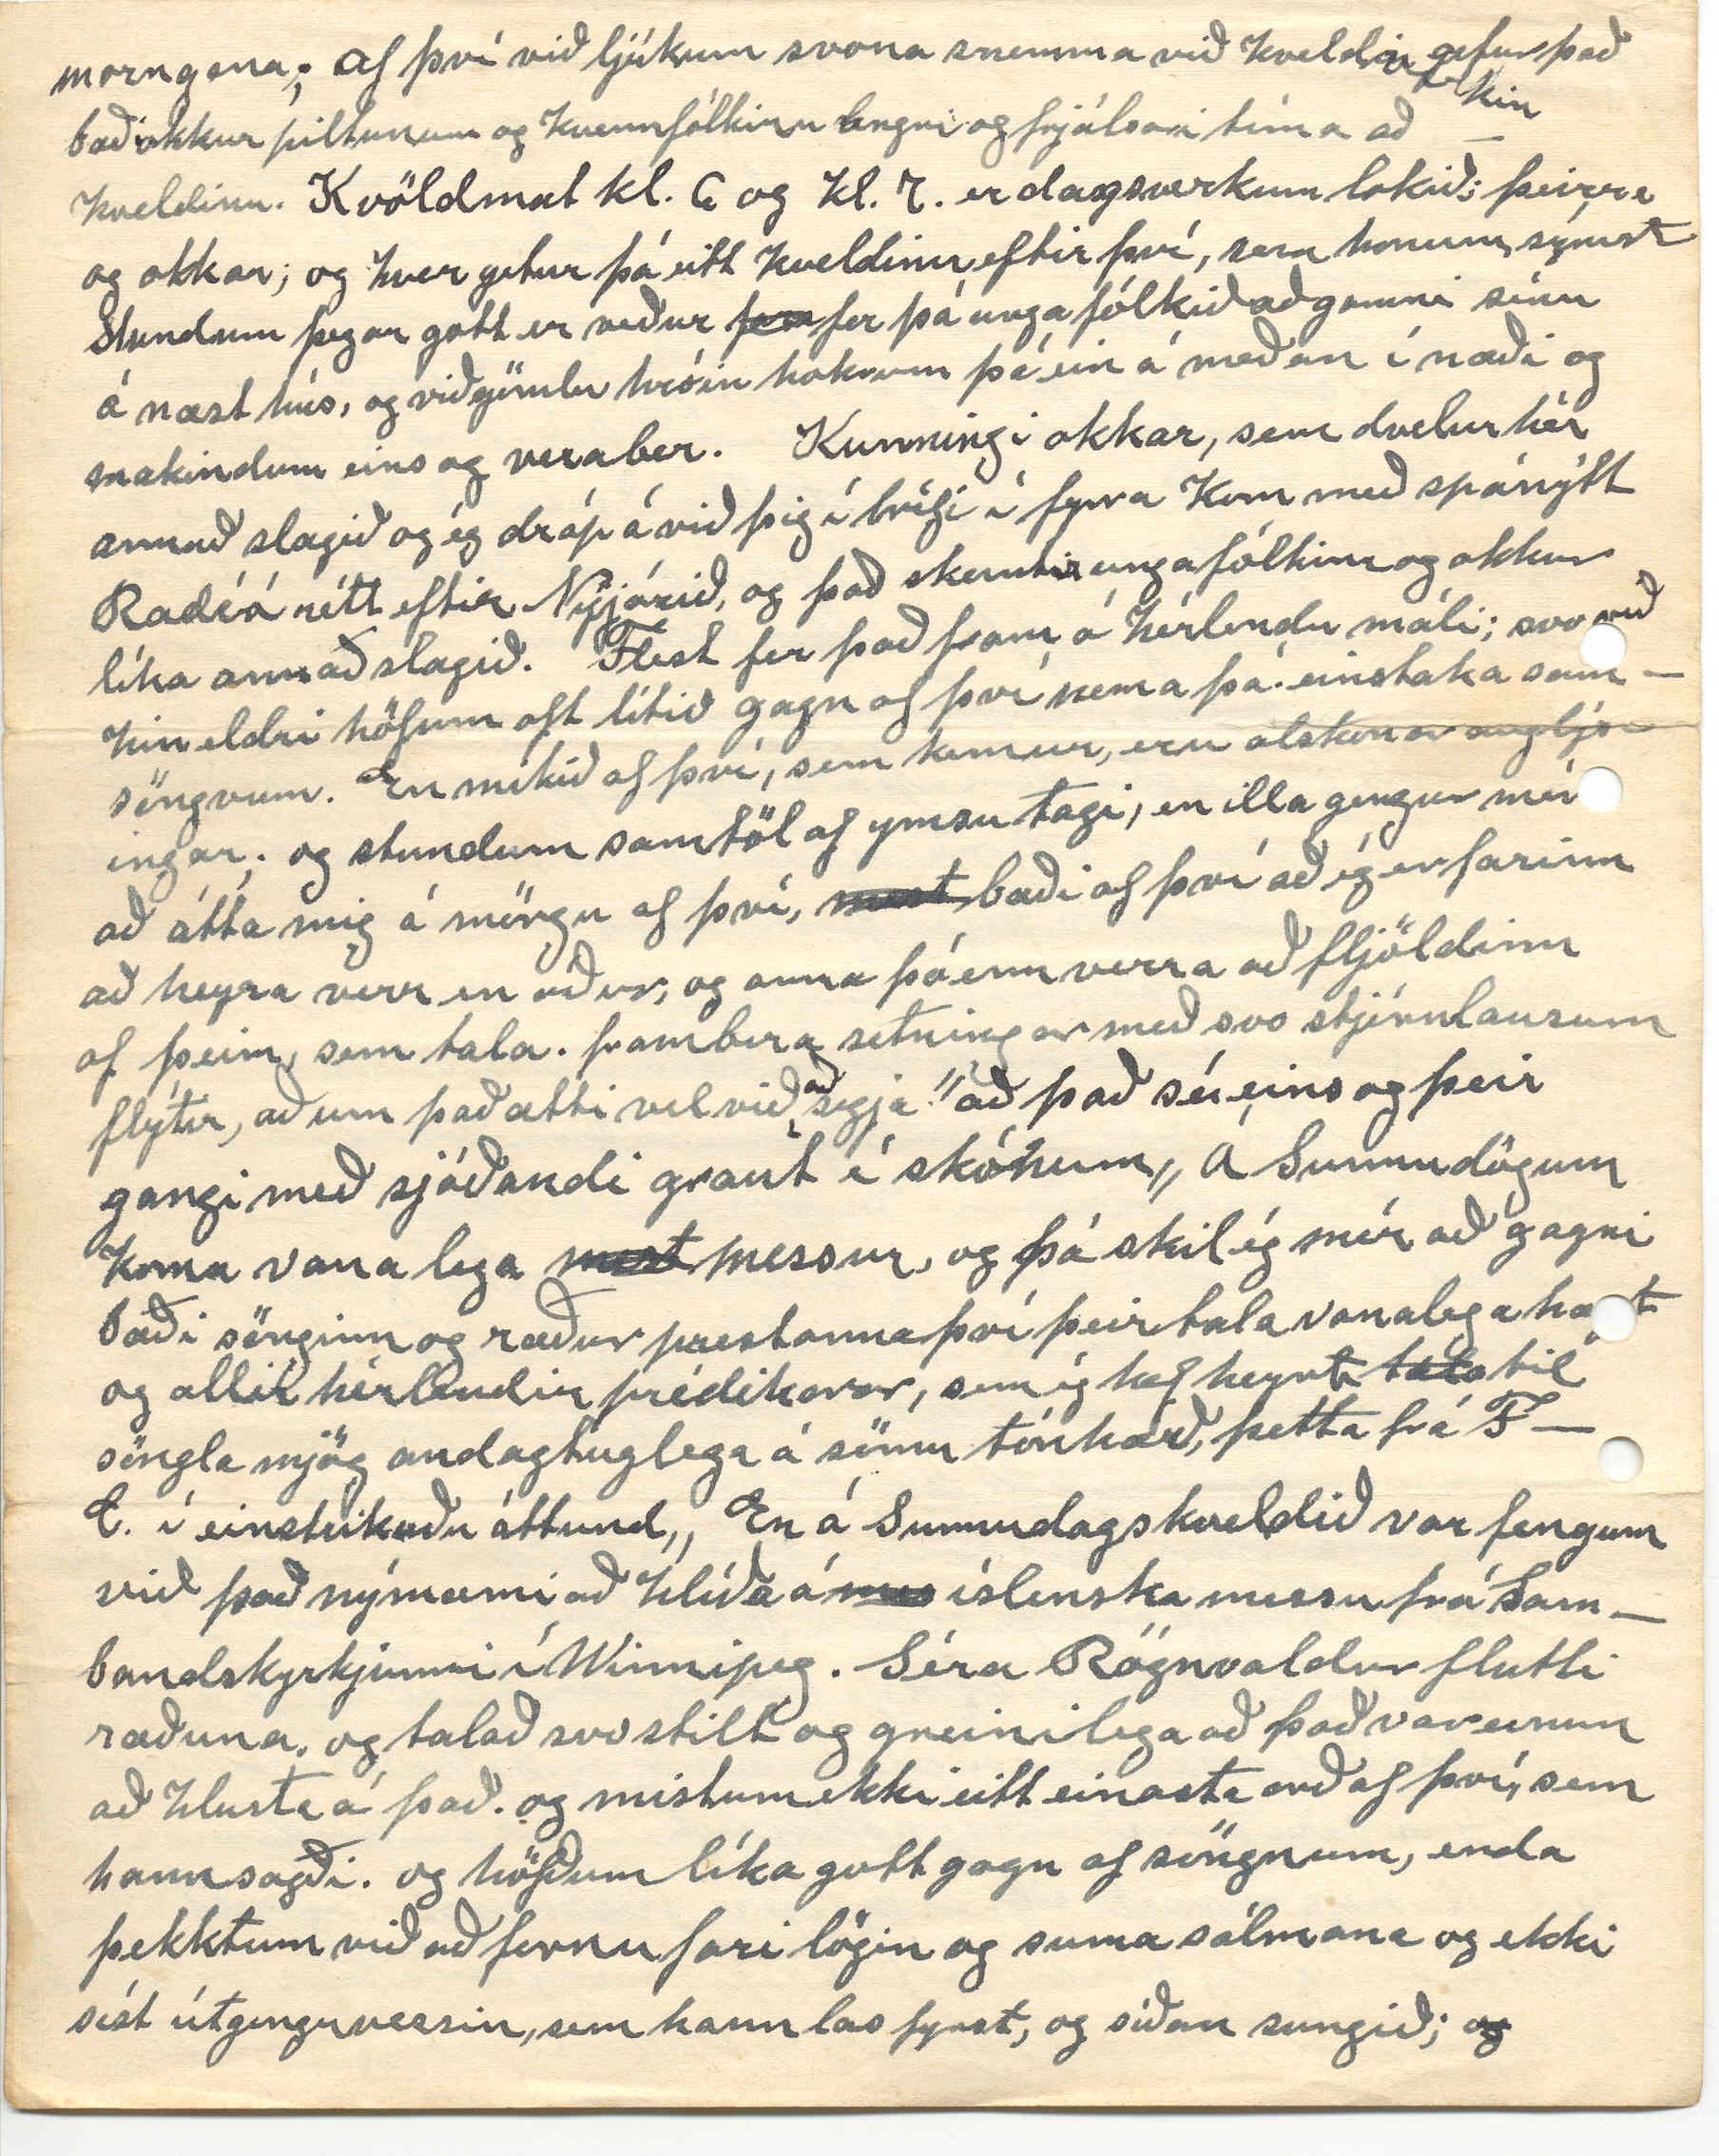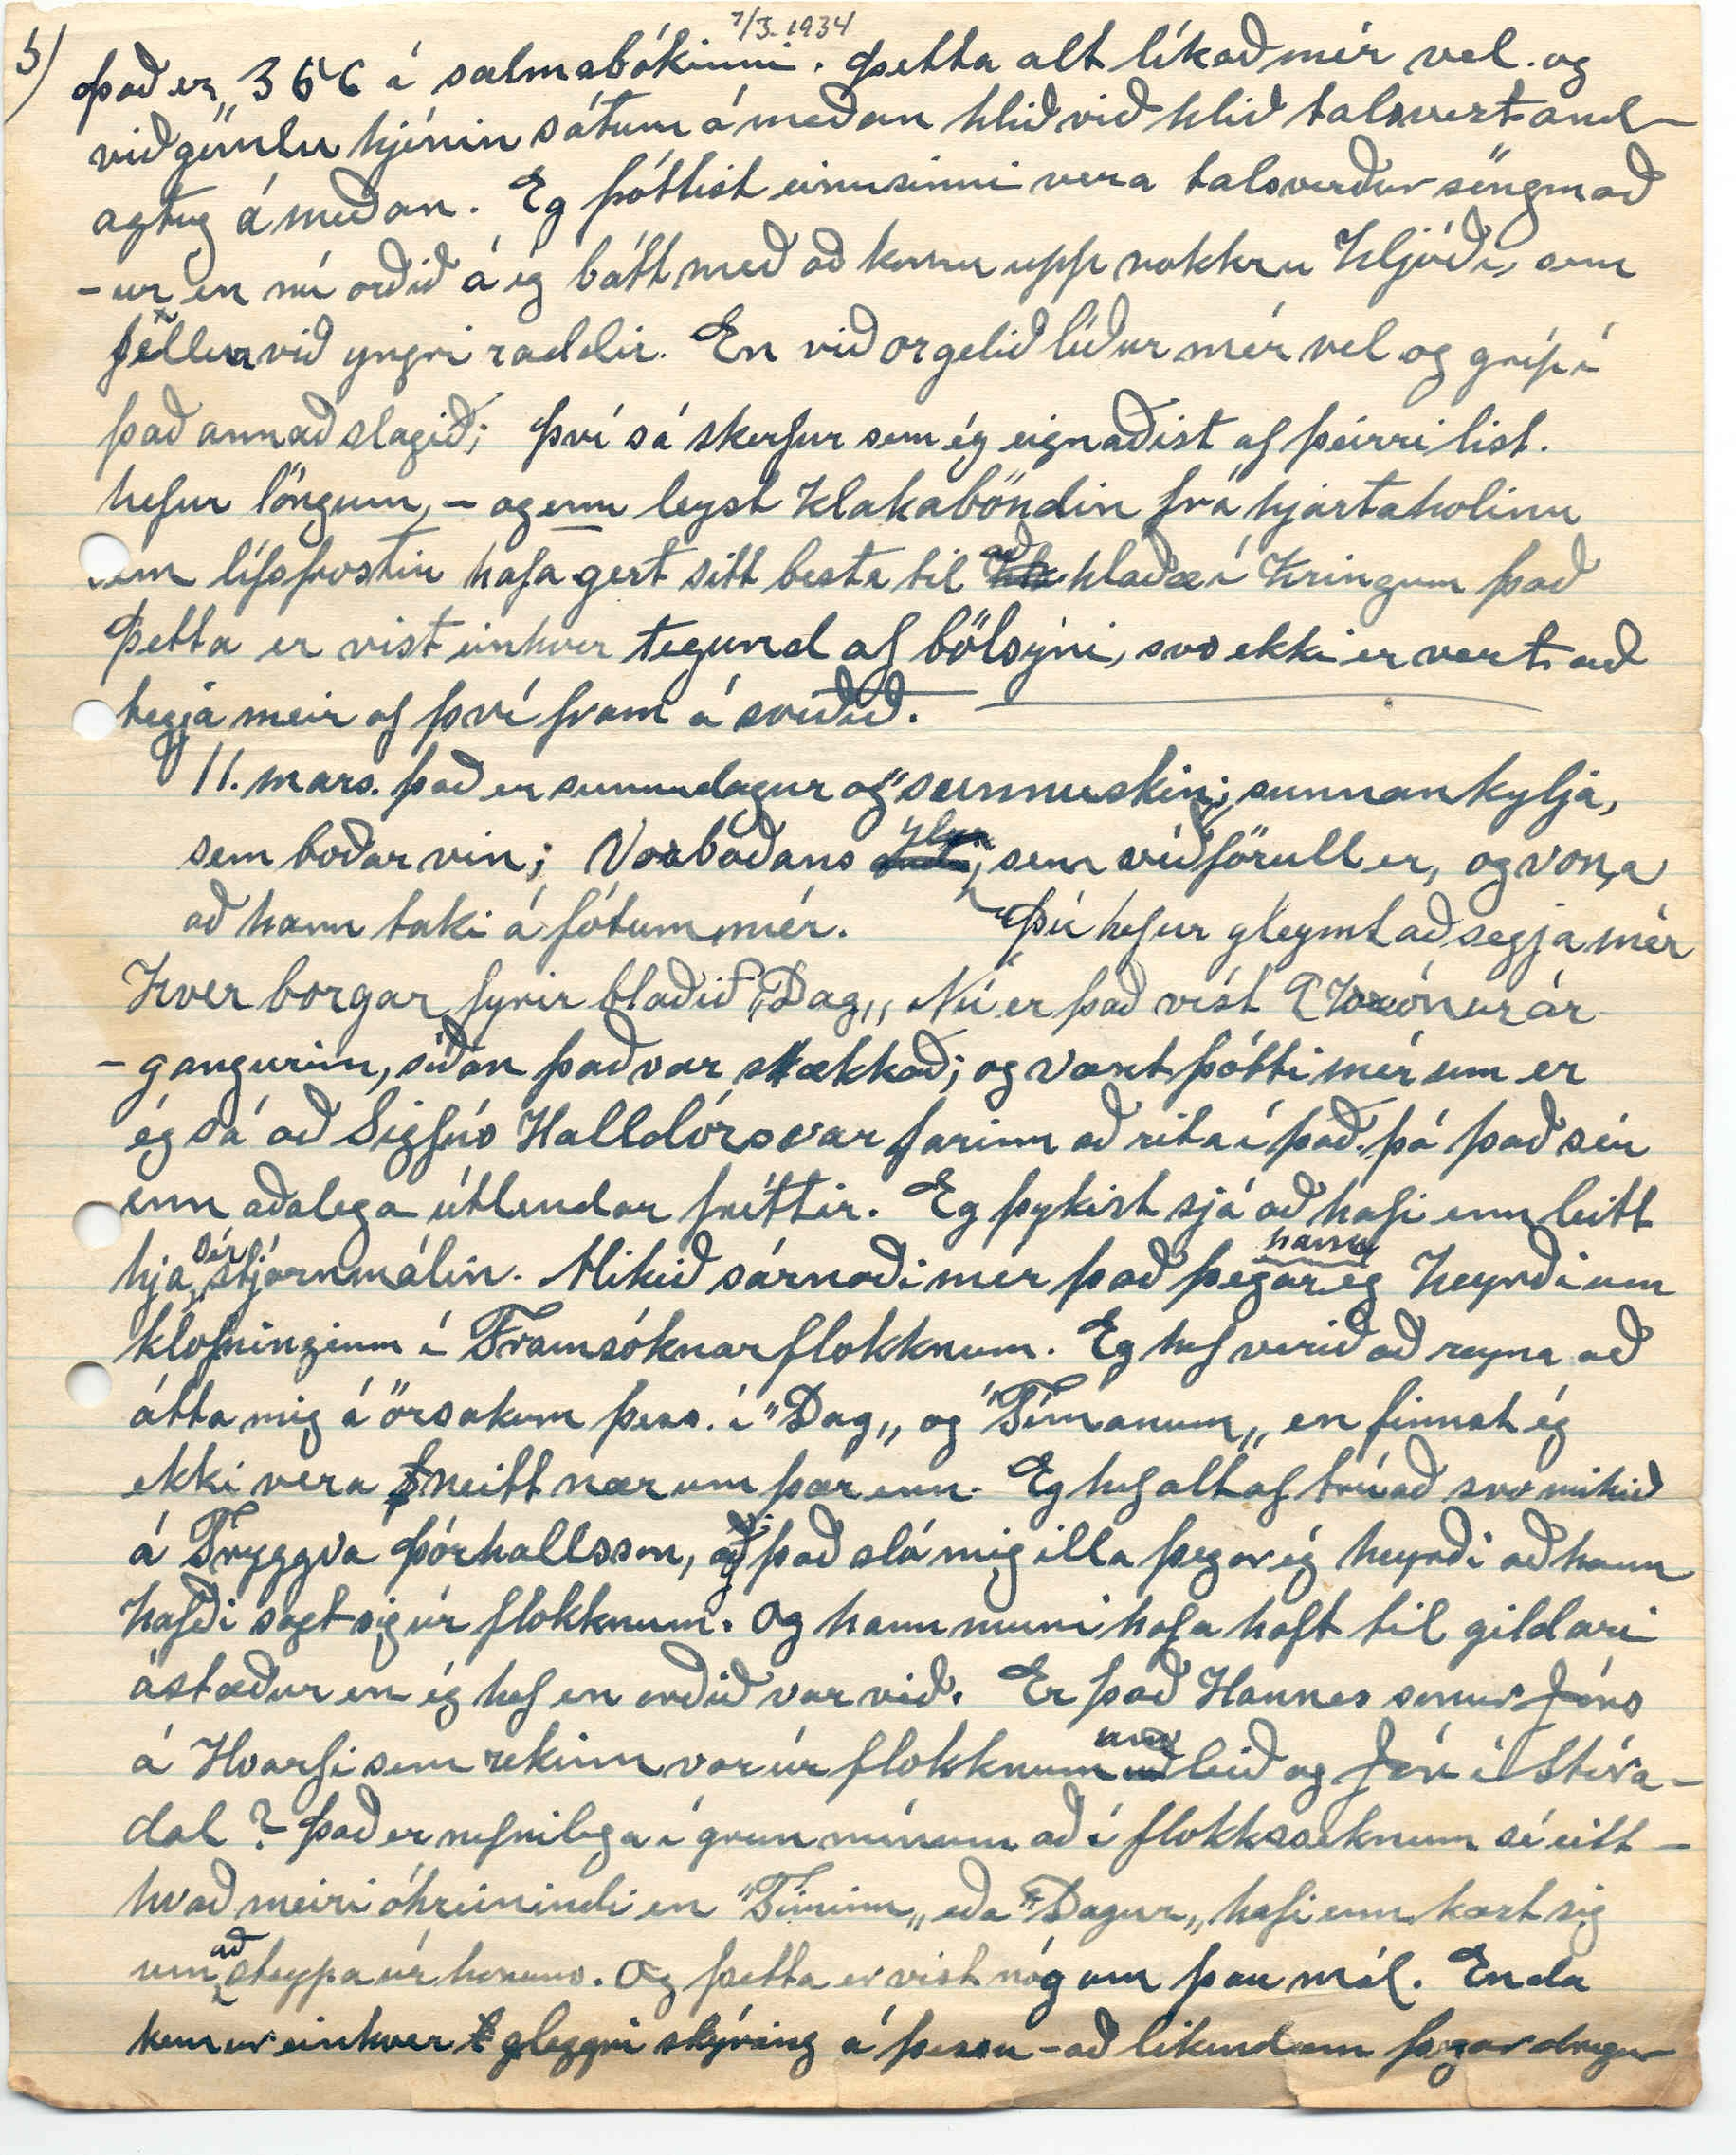

Winnipegosis Man.
7. mars. 1934.
Elsku systir min! Eg sé þegar ég var nú að líta á minnisbók mína, að það stendur illa uppa mig bréfaskuld frá árinu s.l; en sérgæði mín haft þar yfirhönd. og verið að bíða eftir svari við bréfi, sem ég sendi þér 25 ókt 1933. ásamt ættartölu G. afa okkar. Samt fékk ég með góðum skilum 11 Nóv. Hlin; vefnaðarbók og nýja ljóðabók J. Þ. frænda. Sú sending og nefnt bréf frá mér hafa því verið á ferð á sama tíma og þá hefði ég átt að svara þér strax en þó ég og við værum þér innilega þakklát fyrir það; þá var þá, svo skammt liðið frá því að ég hafði sent þér línu, Þó vona ég að þú nú sért búin að frétta í gegnum bréf til Hjálmars br. um bókasendinguna. Það bréf sendi ég 23. jan s.l. ef ég hef þá ekki gleymt að biðja
þ
hann að skila því til þín? Það bréf ætti hann að vera búin að fá nú. Og 23 Febr. s.l. fékk ég bréf frá honum, skrifað um ”Þrettándann„ s.l. og þó það væri nú ekki skilað beint til þín þá veit ég að þið lesið það í sameing og takið það (eins og ég ætlast til) viljann fyrir verkið. og þó það sé nú ekki full bót í máli fyrir mig. þá hef ég ekki setið alveg auðum höndum við skrifborðið síðan um n.l. áramót. Enda hafði ég þá fengið fleiri bréf, en vanalega á þeim tíma bæði frá góðvinum mínum hér og þá rétt fyrir jólin kom fróðlegt og langt bréf frá Halldori br. og var að svara því milli jóla og Nyjárs. sendi það 30
st
des. þ. á. og meðan ég var að skrifa það kom bréf og mynd frá J. H. frænda í Yrti Nesl. og í því annað bréf frá
r
Björgu systir hans; þeim báðum hef ég nú svarað honum 6
tta
jan sl. henni 23. Febr. s.l.
og eftir því hef ég skrifað 4 bréf heim síðan um áramót. og nú byrjaður á því 5
mta
svo að ef þú lifir að sjá þetta, sem ég vona, þá veistu að ég er enn bráðlifandi, og hef það til að raupa, ekki sist þegar mér liggur á að
fl
fara í flæmingi undan samviskualeitni; og nú er mál að slá botn í þetta ”Exendíum„ nærri því eins langt og hjá ”Vídalín gamla„. bara máski ögn minna
andríkið
!! Þó mart komi í hugan, þá kemst lítið af því á pappirinn; en líklega af því, ég sé gengin í barndóm? herja meira á mig gömlu minningarnar. Þær sorglegu er mér þó ekki um að hafi yfirhönd, þó eiga þær sinn rétt, og sé gætni og skynsem látin fjalla um þær þá er óþarfi að bæla þær niður alveg; til d. var mig að dreyma föður okkar nóttina fyrir fyrsta þ.m. þótti mér við vera staddir á auðu vatni sinn á hvorri bytti og vegna veðurvonsku fanst mér hann myndi vera í hættu svo þegar ég alt í einu þottist vera að gæta að honum, sá ég hann fljóta rétt undir yfirborði vatnsins á bakiin og vera drukk
n
aður, ég náði strax í hann og var að koma honum uppí mína byttu og þótti hann vera í kaffibrúnum slopp og buxum; við það vaknaði þetti er ekki merkilegur draumur, og segi ekki frá því vegna þess; en oftast fæ ég einhver hugskeyta að heiman þegar bréf eru á ferðinni þaðan, og í gær kom það hug minn þegar eg leit á veggalmanakið að þá væri 60 ára dánar afmæli hans; nú á Þriðjudag og á Þriðjudagsnótt lagðist hann banalegu sín en dó á Laugdagskveld n.l; og 8. nóv. s.l. 40 ára dánarafmæli móður okkar 2 nóvember
varð
s.l. varð Helga okkar 40 ára; og hefði hún eflaust verið skirð Björg, hefðum við þá verið búin að vita um andlát mömmu okkar. Hún heitir Helga Sigríður. seinna nafninu bættum við, við af því að hjá okkur var meðan Lína lá unglingstúlka með því nafni,
og
sem óskaði eftir að barnið bæri sitt nafn líka; og gerðum við það með ánægju
því hún hafði oftar en þá verið okkur hjálpsöm á ymsan hátt; og þar að
aukt
auki, skyld í föðurætt okkar n.l. dótturdóttir Jóseps hálfbróðir föður okkar. Þessi stúlka nú dáin fyrir mörgum árum þá nýlega gift í Dakota
D
Foreldrar hennar dáin þar líka. Hann fyrir mörgum árum en hún nýlega; hún hét Halldóra: ”Halldor og Halldóra„ er næsta fljölmennt í föðurættinni síðan á dögum langafa okkar í Neslöndum. Jón maður Halldóru sem ég nefndi, og faðir, ”Sigriðar„ ofan
d
nefndar. Var Hjálmarsson og Sigríðar systir gamla
Jónasar
á Helgastöðum. þá er að minnast bókanna, sem okkur þótti vænt um að fá í jólagjöf. En þó ég þykist nú hafa einusinni haft dálítið inngrip í vefnað, þá botna ég minna en ég vildi í ”vefnaðarbókinni„ þó saka ég ekki höfundinn um það. því bókin er sennilega í fullu nútímgildi, þó mér verði ekki matur úr henni, eins og þú skilur. En ”Hlín„ er ágæt að okkar dómi og með fljölbreyttasta móti. og þá kemur nú ritdómur minn um ljóðakverið hans J. Þ. frænda; og af því mér finnst ég sjálfur vera ljóða vinur, þá vil ég senda þér sérstakan bróður koss og þakkir fyrir að senda mér hana og sennilega hefur svo verið með hann
(höfundinn)
eins og
marga aðr annar
svo marga aðra að ”yrkja sér til hugarhægðar„ fremur en að ljóðafákur hans yrði álitinn stórskígur stólpagripur. En hann er fótviss og lipur, með léttann svip; og bið þig að skila kveðju minni til hans með þökkum fyrir lesturinn.
X Segðu mér eitt. Hefur nokkuð orðið ur því, sem þú minntist á við mig að stæði til að héðan að vestan yrði sendur maður maður til að kenna segjum Mývetninga þá aðferð, sem tíðkast hér við fiskiveiðar sérílagi við notkun áhalds, eins, sem þægilegt er við að
leggja net undir ís? á hérlendu máli ”Jigger„ frb. djiggir. hefur fleira en eina þýðing meðal annars að dansa; ekki fyndist mér fjarri lagi að kalla það á islensku, Spyrnir eða sjálfspyrnir. Þetta
er
uppfynding Ílendings, sem var hér í Winnipegosis í mörg ár og dó þar 1918 minnir mig og var ég honum vel kunnugur, Hann
hét
Þorkell Gíslason. ættfært hann get ég ekki. En Gíslína kona Einars. H. Kvaran er systir hans. Við hér eigum þetta áhald og búnir að brúka það í mörg ár. fyrir 2-3 árum sendi ég í bréfi til nafna míns í Nesl. ”botnlausa„ lýsing á því; ”botnlausa vegna þess að þegar ég fór að
s00ð
áhaldið, vantaði í það stykki, sem týnst hafði þá um haustið undir ís, hjá drengjum mínum við netjalagning, og ég mundi þá ekki í svipinn stærð þess og lögun. Þá hafði eg í huga hvað þægilegt og fljótlegt það gæti verið við að draga fyrir undir ís. en síðan ég athugaði það betur myndi það ekki geta skriðið undir ísnum, nema þar sem 4 feta djúpt vatn
væri
frá botni uppundir ísinn. Það gerir járnstöng sem liggur niður úr því. má að vísu hafa hana styttri, en þá minkar það hraðann; - tilsvarandi. en við netjalagning þar, sem er 4 feta dypi og þar yfir er það kosta þing. Þegar ég var a ðskrifa bréfið, sem ég sendi þér 23 okt og gat hér á undan;
og
hefur verið óslitinn snjóatíð síðan að kalla má, en ekki langstæð hörð frost nem um jólin og dagana fram að Nyjári, svo voru minni frost
fr
til 20
st
janúar þá kólnaði meir aftur; en seinustu dagar Febrúar voru mildir og snjór seig þá talsvert, en
þessir
dagar af mars hafa verið kaldir en þó sólbjört veður. nefnalega ”þurrafrost„ Heilsufar almennt gott; og hér hjá okkur allir við góða heilsu utan Ellikellu brellurur af og til við okkur Þau gömlu. Eg gat dálítið nákvæmar um það í bréfi til Bjargar frænku í
bréfi til hennar nýförnu. og mun hún sýna þér það, svo ég læt við það sitja í þetta sinn. Hjálmar br. segir í þess nýkomna bréfi til mín að hann haldi að þú munir hafa skrifað mér snemma í vetur, ef svo er þá hefur það ekki komið til skila enn. og kemur því líklega ekki hér eftir; enda átti ég ekki skilið að fá fleiri bréf frá þér á því ári, en komin voru. það fyrsta meðtók eg 3.
ja
jan; annað 14 maí ásamt myndaspjöldum þriðja 27 júni á giftingarafmæli okkar. Fjórða 3.
ja
okt og er það vel af sér vikið. Eingin viðeigand orð finnst
mér
eg hafa þrek til
að
marka niður, fyrir þann fádæma góðvilja og
og
órjúfanlegu trygð, sem þú hefur sýnt þessum týnda bróður í fjarlagninni og eins langt og ég man til. Fleiri orð þarf ég ekki að hafa við þig um það; Þarf ekki að túlka
það
mál fyrir
þig
eða annað, þú hefur sjálf lesið það og túlkað fyrir mig og fleiri mín er óhætt að segja alt þitt líf. Eg þarf ekki að taka það fram; að þó ég
hagi nú
rétti
þér
þessa margverðskulduðu viðurkenning, sem þó er eins og hálfkveðin vísa) er ekki á kosnað systkyna okkar látinna eða lifandi, sem öll hafa meira og minna sýnt mér sama hugarþelið; og marföld þökk sé ykkur öllum fyrir það að ég hafi haft vilja til að mæta ykkur í því tiliti á miðri leið, og ekki látið ykkur
vanhöldin frá minni hlið. vaxa ykkur í augum.
vaxa ykkur í augum vanhöldin frá minni hlið.
Orðaröð breytt með uppskrifuðum tölustöfum.
Svona fæðast nú hugsanir mínar á afturfótum!
Áður en ég gleymi því, vil ég geta þess að Hjálmar bróðir nefnir ekki að þú hafir verið búin að fá þetta áðurnefnda bréf frá ókt. s.l. og setti það ugg í mig vegna þess að í því var ættar
ttartalan
, sem þú baðst mig að senda þér aftur og yms umæli mín í sambandi við það að vísu ekki mikils virði, en þá sending var mér þó ant um að kæmi til skila og í þeirri von dvel ég þangað til síðar. Og ef svo er að það hafi glatast þá láttu mig vita það við fyrsta tækifæri því
ég
sendi ég þér
afskrift af þeirri, sem ég tók af þinni afskrift. - því ég ætla mér að vinna meðan dagur er„ og því má ég fagna því enn er dagur um, alt loft; og nú kom í hug minn eftirminnileg upphrópun, er ég las (fyrir löngu, og gleymi henni naumast); í ritgerð eftir séra Fr. Bergmann heitinn þegar hann var búinn að brjóta af sér afturhalds-trúmála-klafann: ”Guði sé lof, nú er dagur um alt loft„. Þó þessi vetur hafi verið, snjóþungur og leiðinlega langur af því hann byrjaði, svo óvanalega snemma. þá hefur okkur liðið eins vel og
hægt
við gátum búist við með fólk, sem altaf hefur farið lítið fyrir í mannfélaginu. Húsnæði; ljós og hita föt og fæði fyrir okkur sjálf og skepnurnar. Og andlegu þarfirnar fengið sinn skerf, því
f
nóg er til að lesa; víst ein 8 blöð Heimkr; Lögb; Dagur; Tíminn; og vist ein 4-5. ensk. og ég veð í gegnum þetta altsaman. Því lestrargræðgi mín er óstjórnleg síðan ég hætti að verða að gagni!!
Held mig því mest til í grend við ofnhitann, og kindi hann óspart, fer samt út enn á hverjum morgni, hvernig sem veður er uppdúðaður, því ekki má mér nú orðið verða kalt, Þá er óðara hlaupin í mig einhver - ”innan-skömm„! tek mer gönguprik ef hálft er á fjósljóðinni. Gef kúnum og hjálpa til að mjólka fer svo heim
og
aftur og borða haframélsgraut með nýmjólk úta. Ekki samt í 3
ja
merka skál, heldur ofurlitla slettu á disk. því maginn kærir sig ekki um meira; svo fer ég út aft og geng á ”beitarhúsin„ þau eru um það 200 faðma í suður frá húsinu þar er logn þó stormar séu því þau eru þar í
Skog
háum og þykkum skógji, og
þegar
nýfallinn snjór er þá geng ég þangað á skíðum; og það minnti mig á beitarhúsagöngu. Þar höfum við 2 kindahús; og kálfa á fyrsta ári
ekki þyki mér nú eins gaman að koma inn til þeirra eins og kindann, en vonaraugun og sakleysið í svipnum er svo augljós, að ekki
er
um að villast; en að koma inní kindahúsin, finnst mér svo háíslensk, og eg tala nú ekki um lyktina sem leggur þar á móti manni, eins og í gamla daga, og nú þyki mér vænt um, því eg sé þú ferð að hlægja; við að lesa þetta; og ég
vil
vil þar enn, vera með þér, eins og í gamla daga því til vill það enn. að ég get
h00
hlegið mér til hollustu; Svo ég haldi nú
áfram
með afraksverkin!!! fer ég næst að kljúfa í eldinn og fer
h00
inn og kúgfylli 2
skor
stóra kassa, og dugar fyrir sólarhringinn. Sest svo inn
i
við ylinn og fer að lesa, eða skrifa, og nú um tíma gríp ég stundum í það að prjóna það hef ég aldrei gert síðan ég var drengur í Garði, og lærði þá að prjón smábandssokka og herti mig altaf meir, þegar gamla konan kom og hafði það til leggja hendina á vangann á mér, og segja ”blessað
ur
anginn„ Eftir miðdag leysi ég kýrnar og þær renna slóð sín niður að vatninu og drekkar allar úr einni
vök
. Samt brynnum við þeim kúnum inni sem við mjólk
um
, í vondum veðrum. En fyrir vana, drekka þær altaf meira ef þær fá að
k
drekka úr vökinni. Á seinni árum hef ég haft það fyrir reglu að mjólka þær um kl. 5 að kveldi og gef þeim kveldgjöfina þá um leið; og þegar það er orðið að á
vana
mjólka kýrna alveg eins vel; og þó tíminn sé nokkuð langur frá því til næstu gjafar, eru þær enn að jörtra kvöldmálin þegar komið er í fjósið á morgnan, sem er oftast um kl. 7. Tveggja ára gripi og eldri, fá sitt fóður úti, í góðu skjóli í skögnum, verða vel loðnir og hafa möð og sinu til að liggja á og troðfullir altaf ef passað er að gefa þeim nóg og það meira nokkuð en ef þeir væru hýstir; eins og náttúrlegt er. Lík eru kindurnar þær alla daga að mata sig; en hýsi þær flestar nætur og mest vegna þess að, sú tegung sem við höfum hefur snögghærða fætur. og kvenka sér af því þegar mest eru frostin, og ég gef þeim vanalega inni á
morngana; af því við ljúkum svona snemma við kveld
in
verkin gefur það bæði okkur piltunum og kvennfólkinu lengri og frjálsari tíma að kveldinu. Kvöldmat kl. 6 og kl. 7. er dagsverkum lokið; þeirra og okkar; og hver getur þá eitt kveldinu eftir því, sem honum sýnist Stundum þegar gott er veður
fara
fer þá unga fólkið að gamni sínu á næst hús, og við gömlu hróin hokrum þá ein á meðan í næði og makindum eins og vera ber. Kunningi okkar, sem dvelur hér annað slagið og ég dráp á við þig í bréfi í fyrra kom með spánýtt Radéó rétt eftir Nýjárið, og það skemtir unga fólkinu og okkur líka annað slagið. Flest fer það fram á hérlendu máli; svo við hin eldri höfum oft lítið gagn af því nema þá einstaka samsöngvum. En mikið af því, sem kemur, eru alskonar auglýsingar. og stundum samtöl af ymsu tagi, en illa gengur mér að átta mig á mörgu af því,
mest
bæði af því að ég er farinn að heyra verr en áður, og anna þó enn verra að fljöldinn af þeim, sem tala. frambera setningar með svo stjórnlausum flýtir, að um það ætti vel við
að
segja ”að það sé eins og þeir gangi með sjóðandi graut í skónum„ Á Sunnudögum koma vanalega
mest
messur, og þá skil ég mér að gagni bæði sönginn og ræður prestanna því þeir tala vanalega hægt og allir hérlendir prédikarar, sem ég hef heyrt
tala
til söngla mjög andagtuglega á sömu tónhæð, þetta frá F - C. í einstrikuðu áttund„ En á Sunnudagskveldið var fengum við það nýnæmi að hlíða á
mes
íslenska messu frá Sambandskyrkjunni í Winnipeg. Séra Rögnvaldur flutti ræðuna, og talað svo stilt og greinilega að það var unun að hlusta á það. og mistum ekki eitt einasta orð af því, sem hann sagði. og höfðum líka gott gagn af söngnum, enda þekktum við að fornu fari lögin og suma sálmana og ekki síst útgonguversin, sem hann las fyrst, og síðan sungið;
og
Það er 356 í salmabókinni. Þetta alt líkað mér vel. og við gömlu hjónin sátum á meðan hlið við hlið talsvert andagtug á meðan. Eg þóttist einusinni vera talsverður söngmaður en nú orðið á ég bátt með að koma upp nokkru hljóði, sem fellur við yngri raddir. En við orgelið líður mér vel og gríp í það annað slagið; því sá skerfur sem ég eignaðist af þeirri list. hefur löngum - og
enn
leyst klakaböndin frá hjartaholinu sem lífsfrostin hafa gert sitt besta til
hla
að hlaða í kringum það Þetta er vist einhver tegund af bölsýni, svo ekki er vert að tegja meir af því fram á sviðið.
11. mars. það er sunnudagur og ”sunnuskin;„ sunnankylja, sem boðar vin; Vorboðans
000
ylur, sem víðförull er, og vona að hann taki á fótum mér. Þú hefur gleymt að segja mér hver borgar fyrir blaðið ”Dag„ Nú er það víst 9 krónur árgangurinn, síðan það var stækkað; og vænt þótti mér um er ég sá að Sigfús Halldórs var farinn að rita í það. þó það séu enn aðalega útlendar fréttir. Eg þykist sjá að
hann
hafi enn leitt hja
sér
stjórnmálin. Mikið sárnaði mér það þegar ég heyrði um klofninginn í Framsóknarflokknum. Eg hef verið að reyna að átta mig á örsokum þess í ”Dag„ og ”Tímanum„ en finnst ég ekki vera
f
neitt nær um þær enn. Eg hef altaf trúað svo mikið á Tryggva Þórhallsson, að það sló mig illa þegar ég heyrði að hann hafði sagt sig úr flokknum. og hann muni hafa haft til gildari ástæður en ég hef en orðið var við. Er það Hannes sonur Jóns á Hvarfi sem rekinn var úr flokknum
að
um leið og Jón í Stóradal? Það er nefnilega í grun mínum að í flokksseknum sé eitthvað meiri óhreinindi en ”Tíminn„ eða ”Dagur„ hafi enn kært sig um
að
steypa úr honum. Og þetta er vist nóg um þau mál. Enda kemur einhver
l
gleggri skýring á þessu - að likindum þegar dregur
nær kosningum; og fer að sjóða útur grautarpottinum! En hvað sem upp kemur; þá er auðséð að Tryggva hefur gengið eitthvað til að fara úr flokknum;
annað
en valdafykn. Jæja elsku systir! Það er víst komið nóg af markleysum á þess blöð eins og oftar, og gleymt sumu, sem ég hefði átt og viljað segja og kemur ekki í hugann fyr en um seinann Eg hafði t.d. ætlað mér að minnast eitthvað á Hjálmar frænda frá Vogum, því við höfum nú nokkuð stöðug bréfaskipti, síðan hann heimsótti mig um
um
árið. Hélt lengi vel að hann og ”Guðfinna„ fyndu hvöt hjá sér að skrifast á, en sé að svo er ekki. Eg veit það að honum líður allvel. minnsta kosti efnalega eftir því, sem ég hef komist næst af umælum hans; og ekki kvartar hann, þó veit ég það að lífskjör hans hafa stundum verið tilfinnanlega þungbær. en sé nú, að það verður að bíða, í þetta sinn ef ég færi að minnast á það við þig. Eg er nýbúin að senda á stað blaðaböggul til Hjálmars bróður okkar. Lögberg fyrir Jan. og Febr. þ. ár. Þar með 2 gömul blöð, þó rifin séu, með myndum og æfiminningum þeirra feðga Jóns heitins Halldórssonar or Hrólfs sonar hans, og báðar held ég skrifaðar af ”Sigrús frá Múla„ Magnussyni. Hélt máski að þið hefðuð ekki séð það. Einusinni í bréfi, frá J. sagði hann að til væru eftir sig Leikrit, sem ekki ætti að byrta fyrr, en Sigfús og hann væru dánir. Nú eru þeir báðir dánir. meira veit ég ekki hvað þessu líður. En auðséð er það á bréfum Jóns að hann hefur verið bráðskýr maður og létt um að gera að gamni sínu. og geymi þau enn. Ef eg tóri sem ég auðvita ætla mér eitthvað enn. Þá skrifa eg H. J. bróður
áður
langt líður; eins og uppbót á þessu og því er ég sendi honum, næst áður. Kyssi þig í anda eins og fyr; á annan hátt ei svara eður spyr. Með hjartans kveðju til þín og þinna og allra hinna. Þinn
erl
einl. br. Þórarinn Stefánsson